Bréfritari: Benedikt Hálfdanarson
Dagsetning: A-1901-08-21
Skrifað á: Vesturheimi

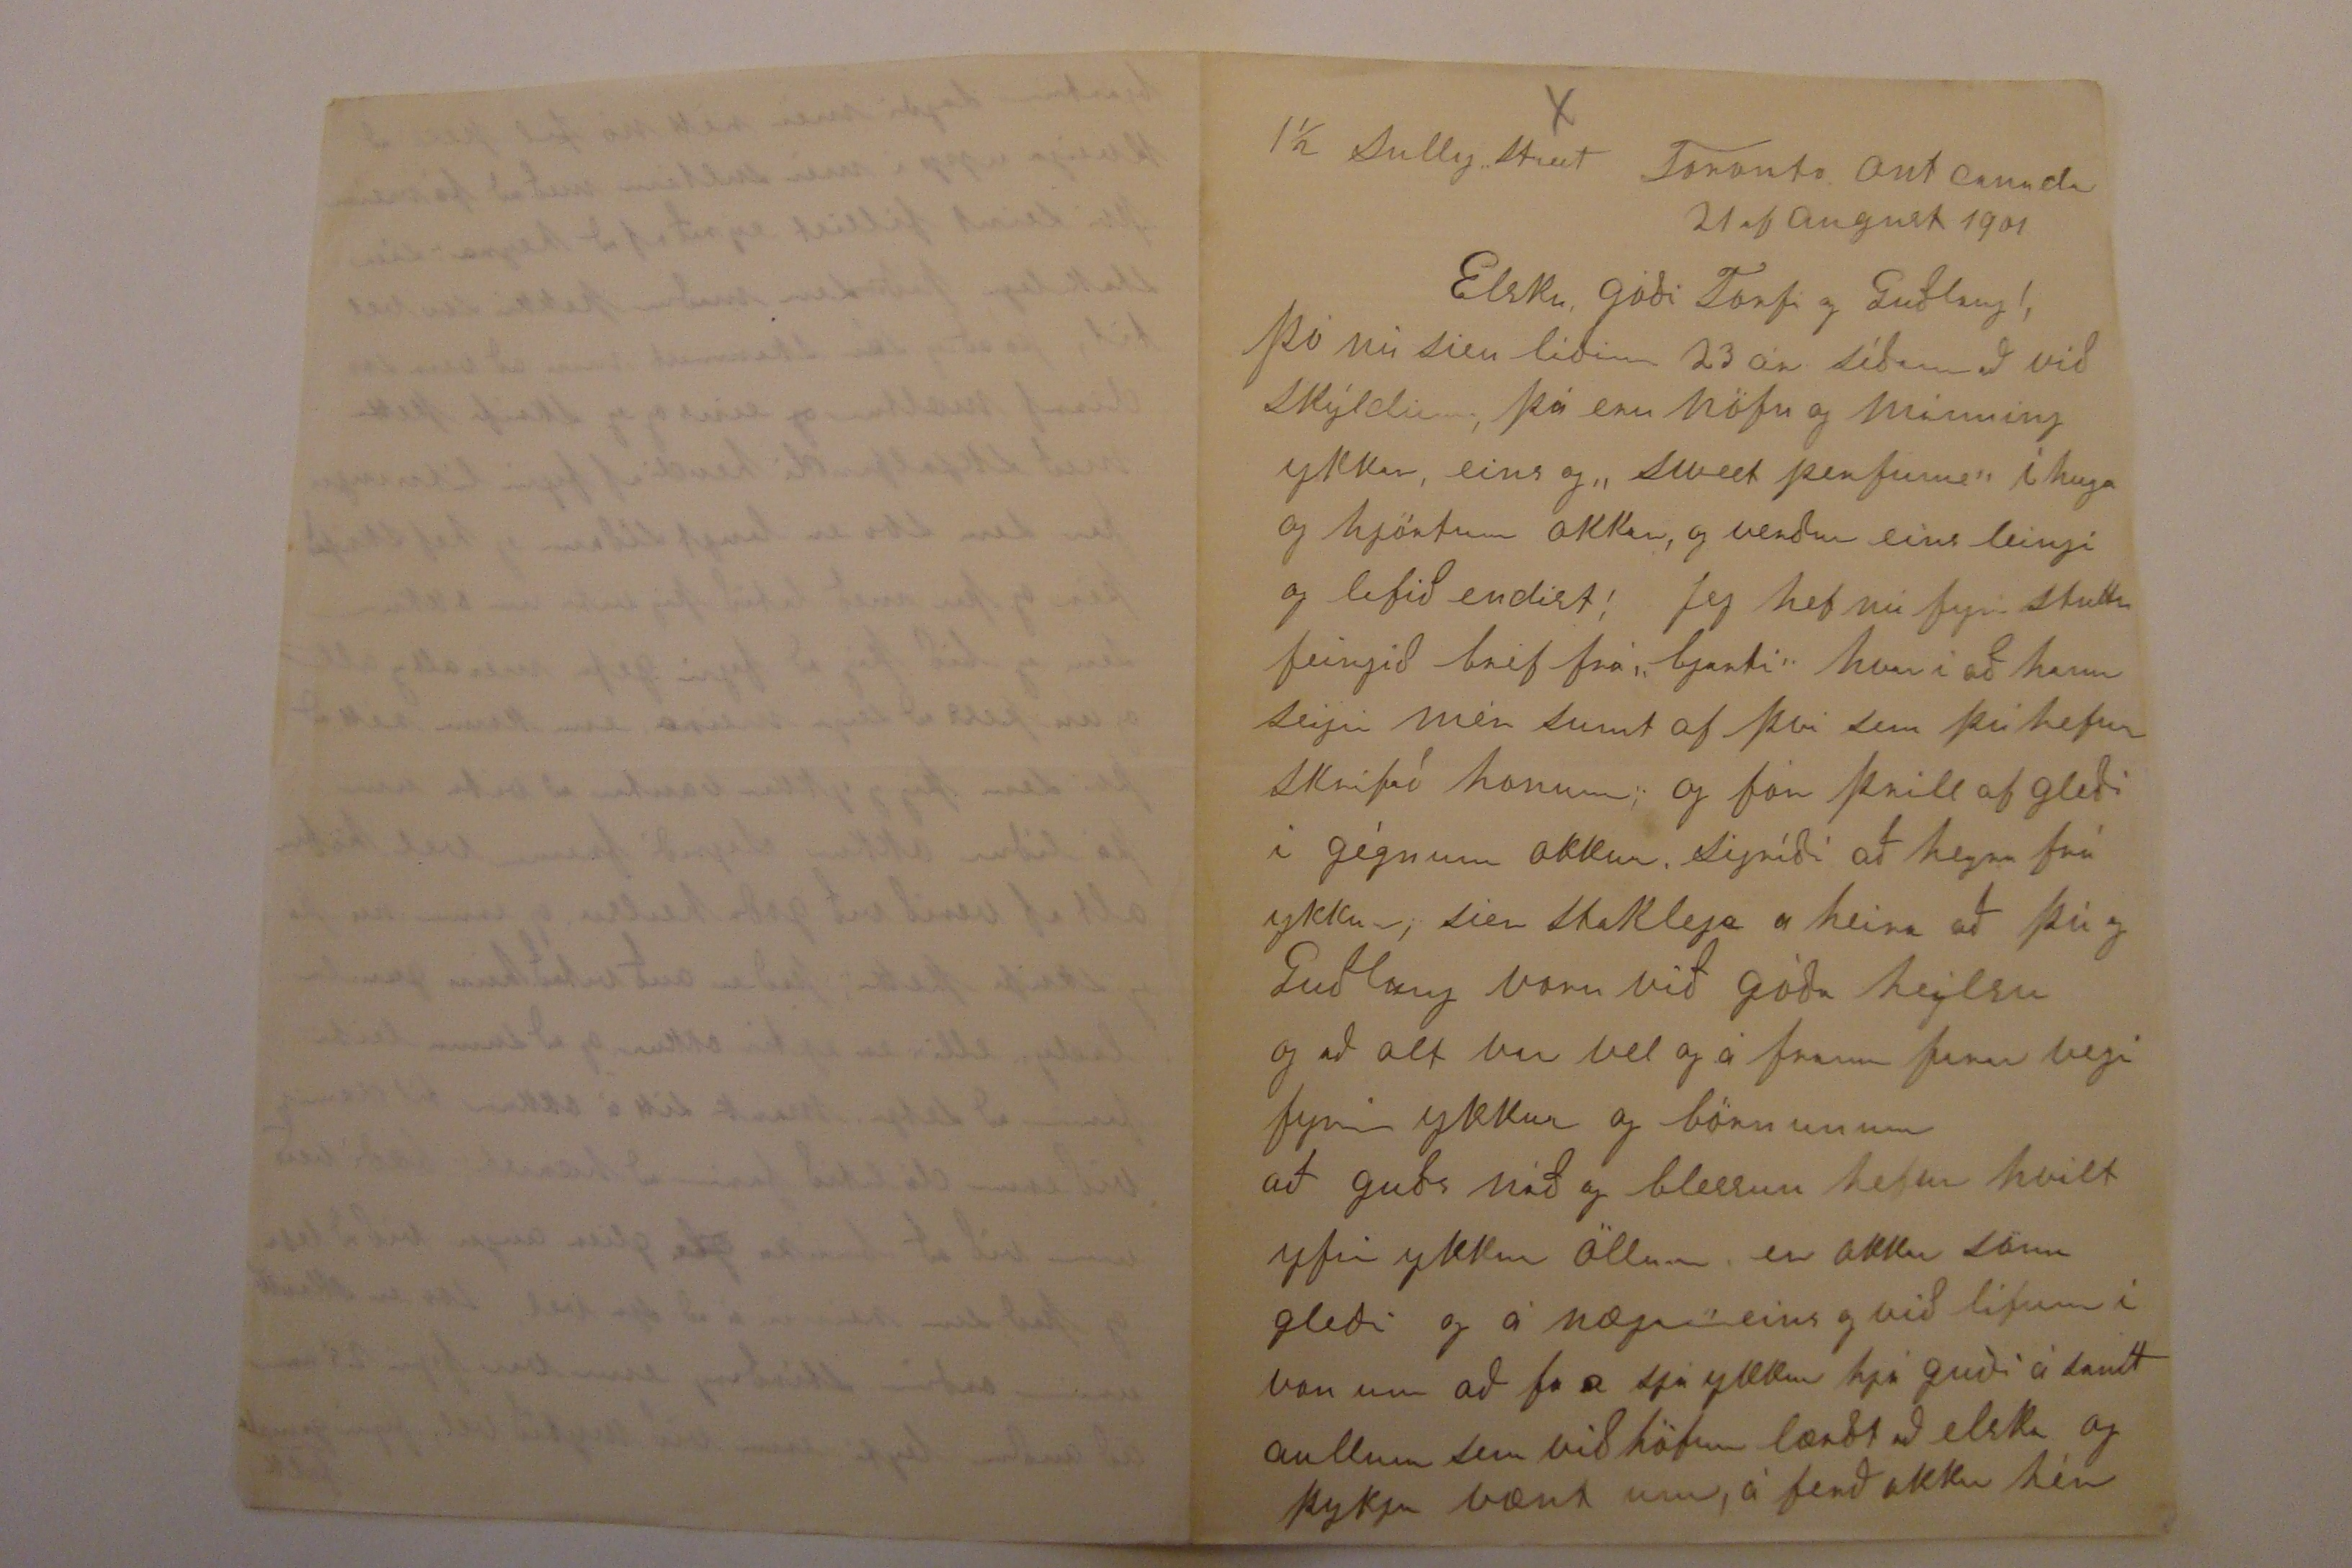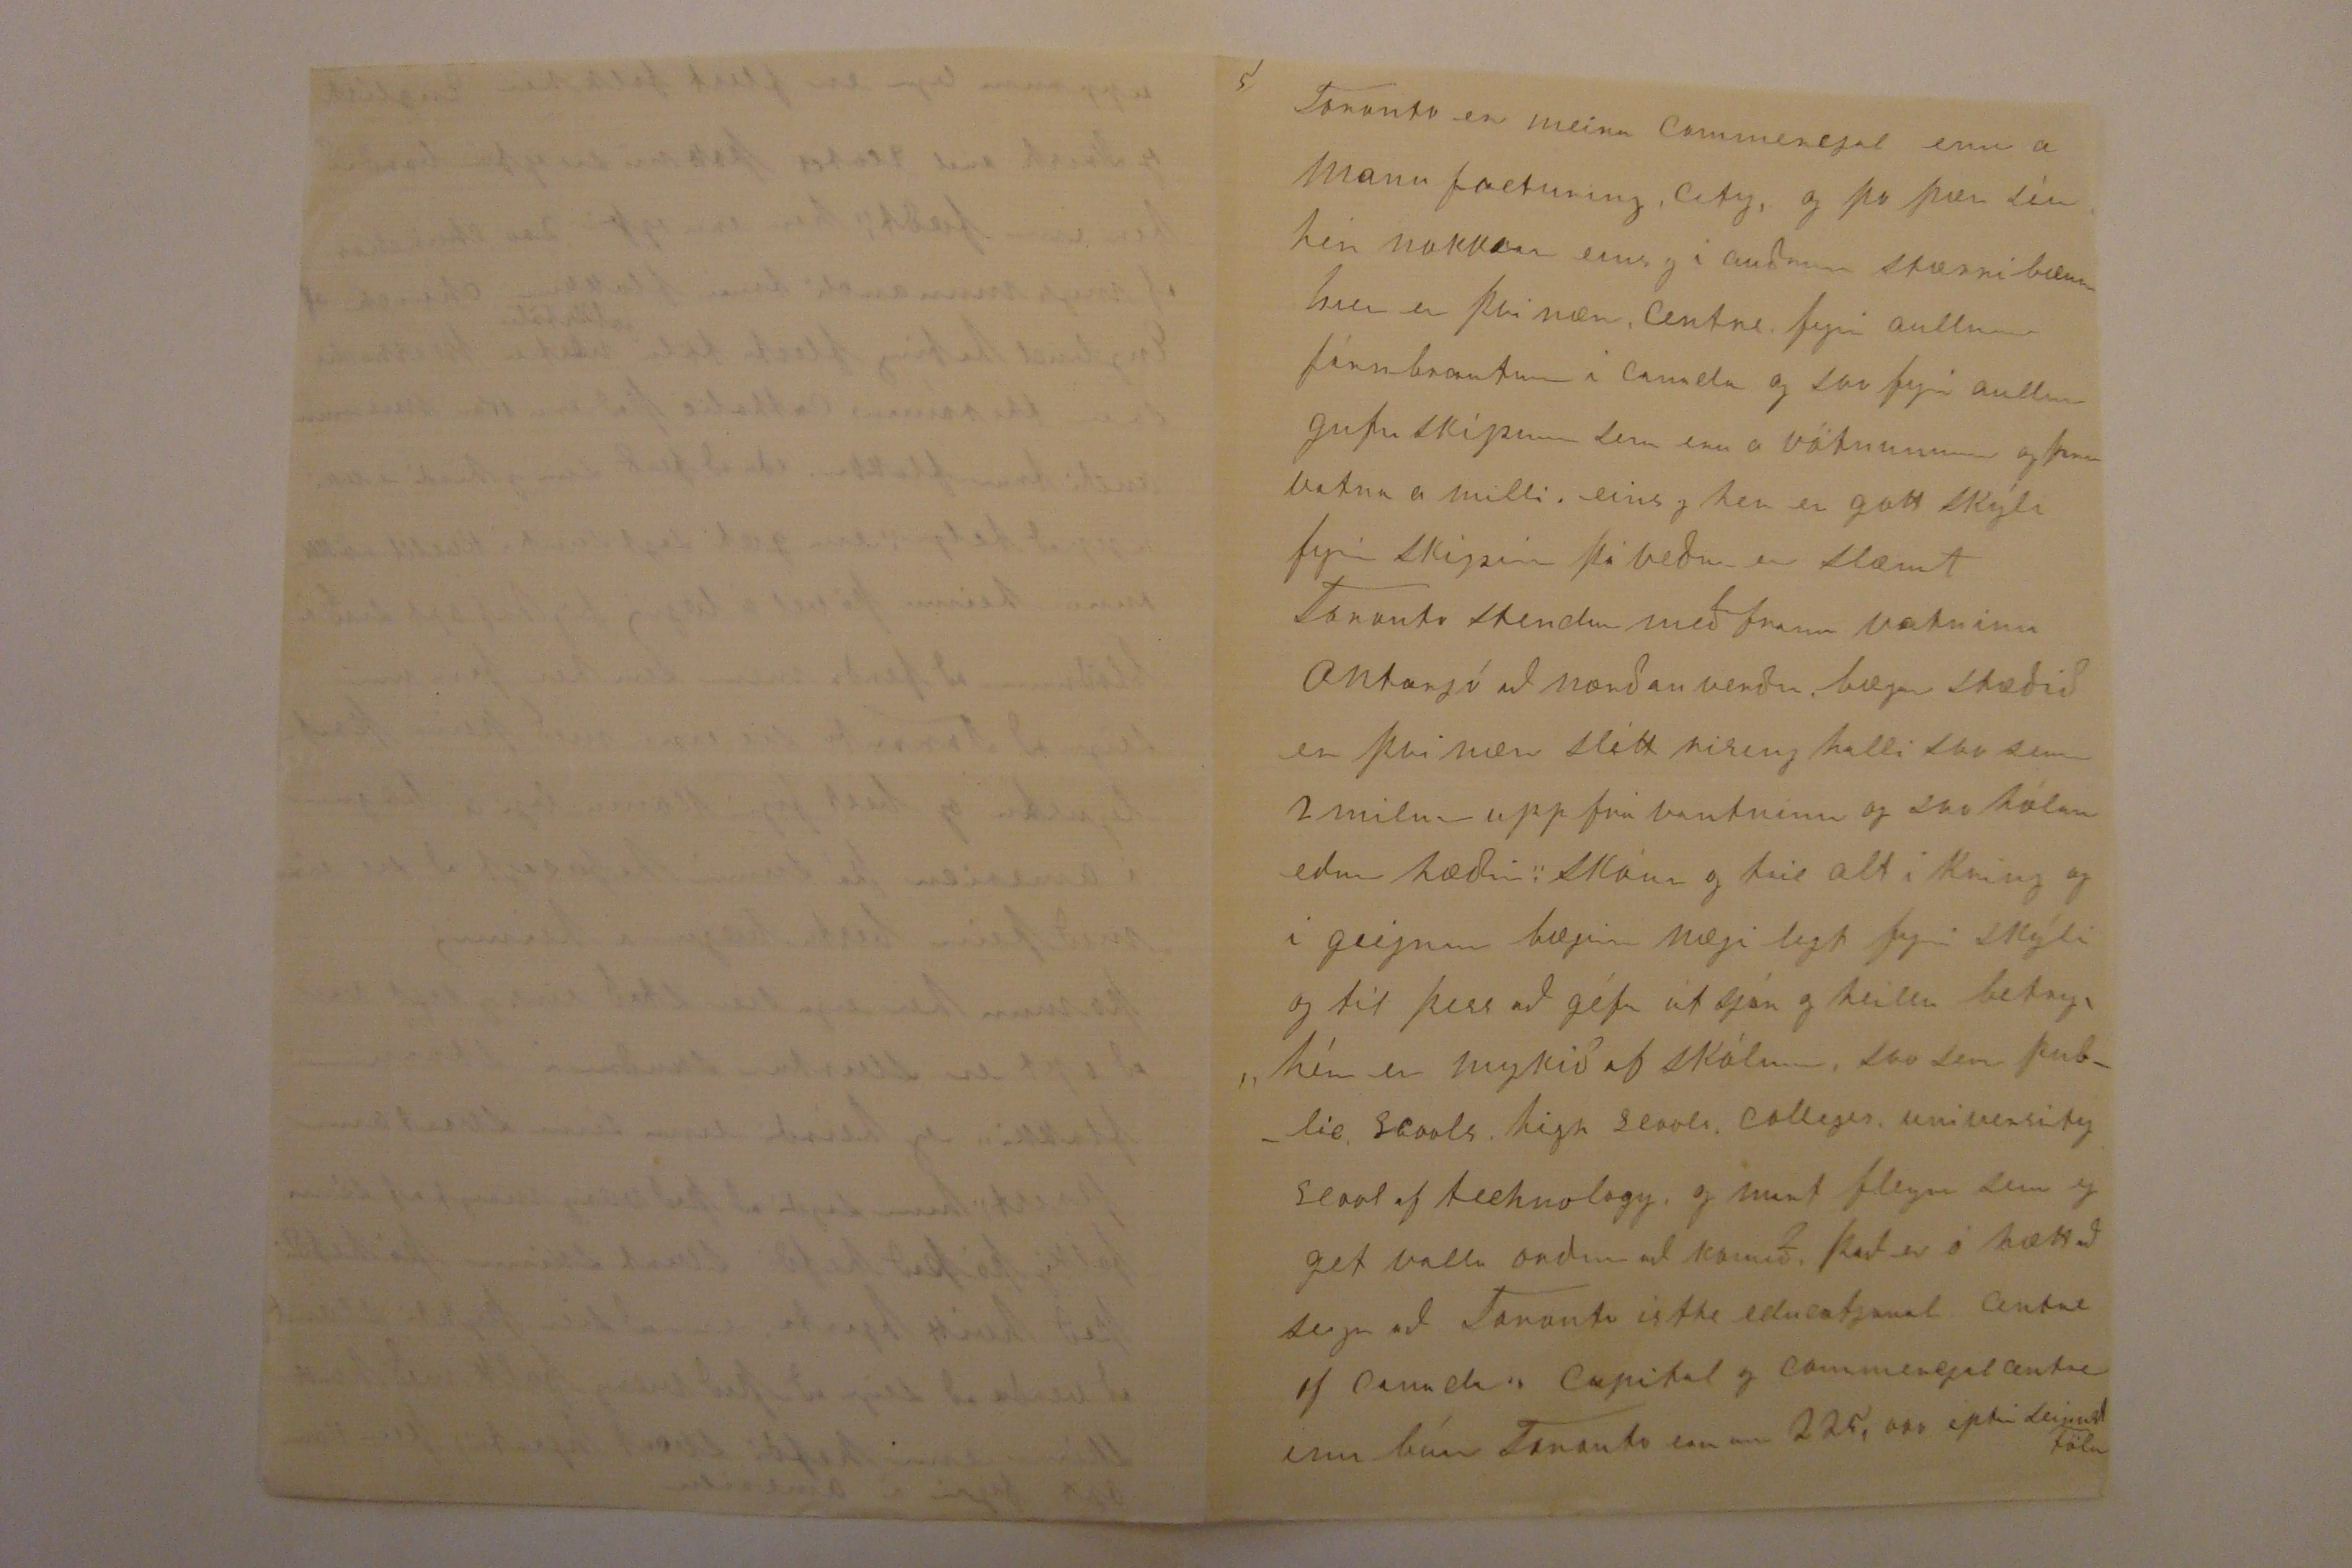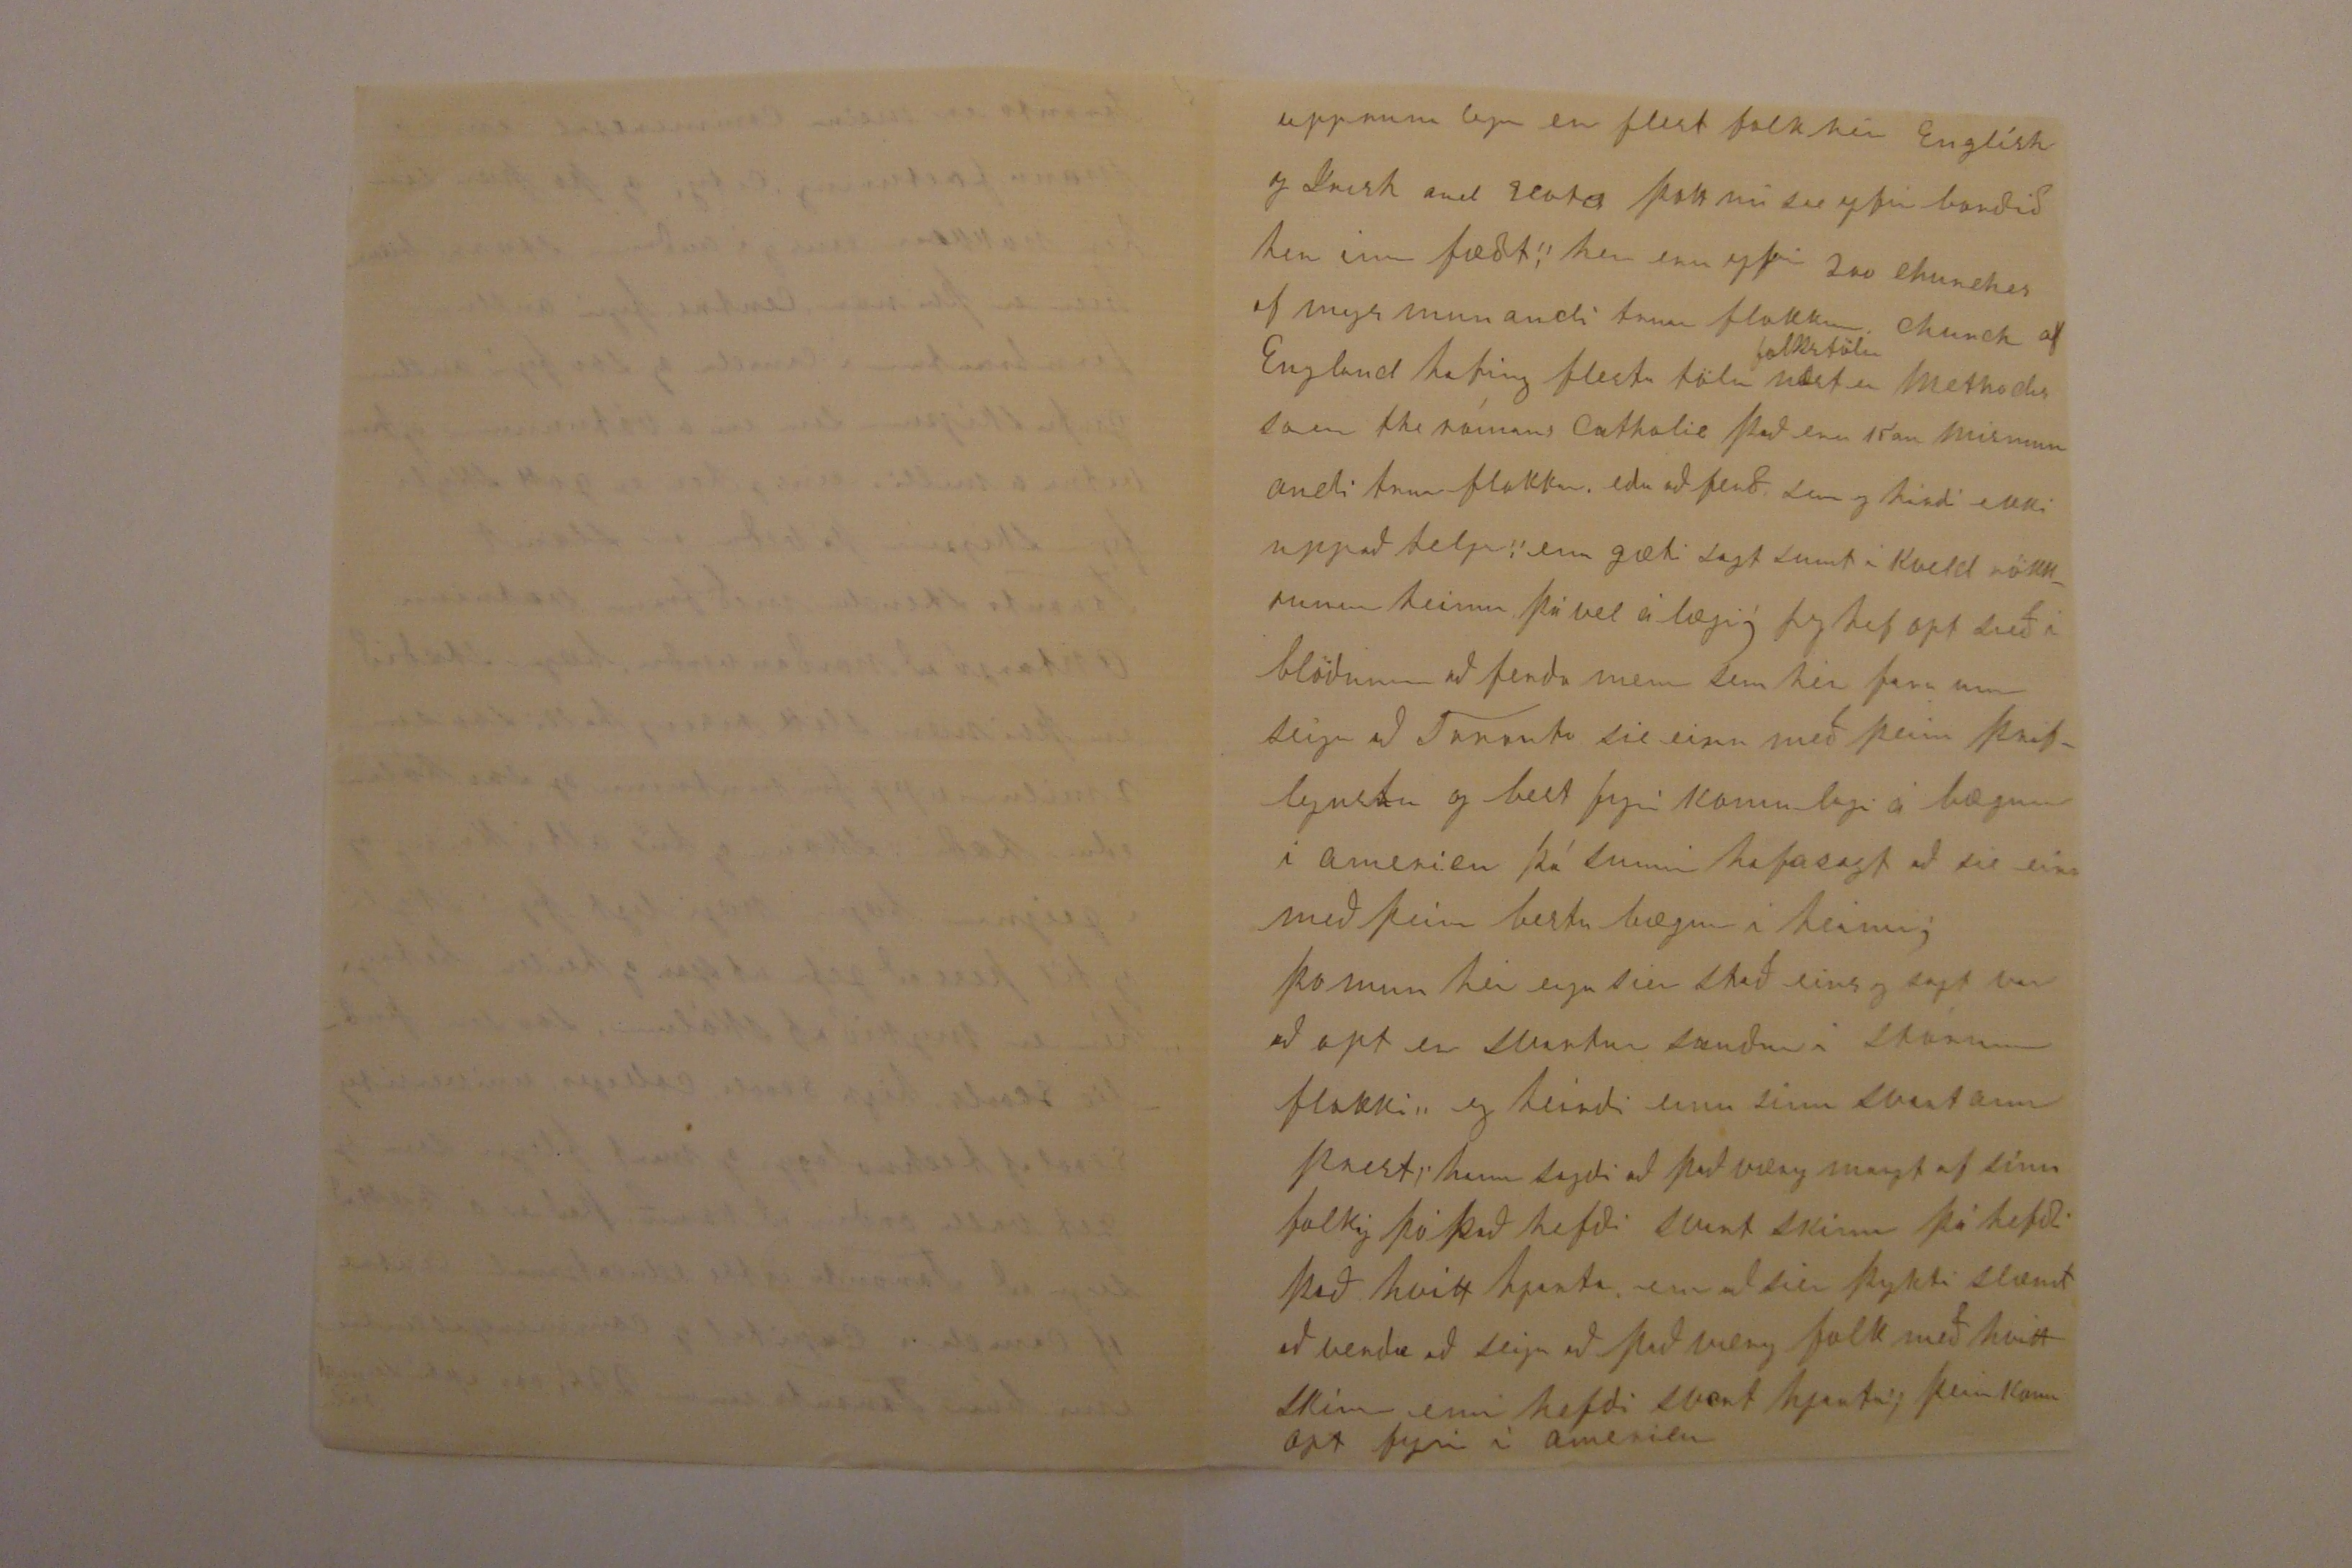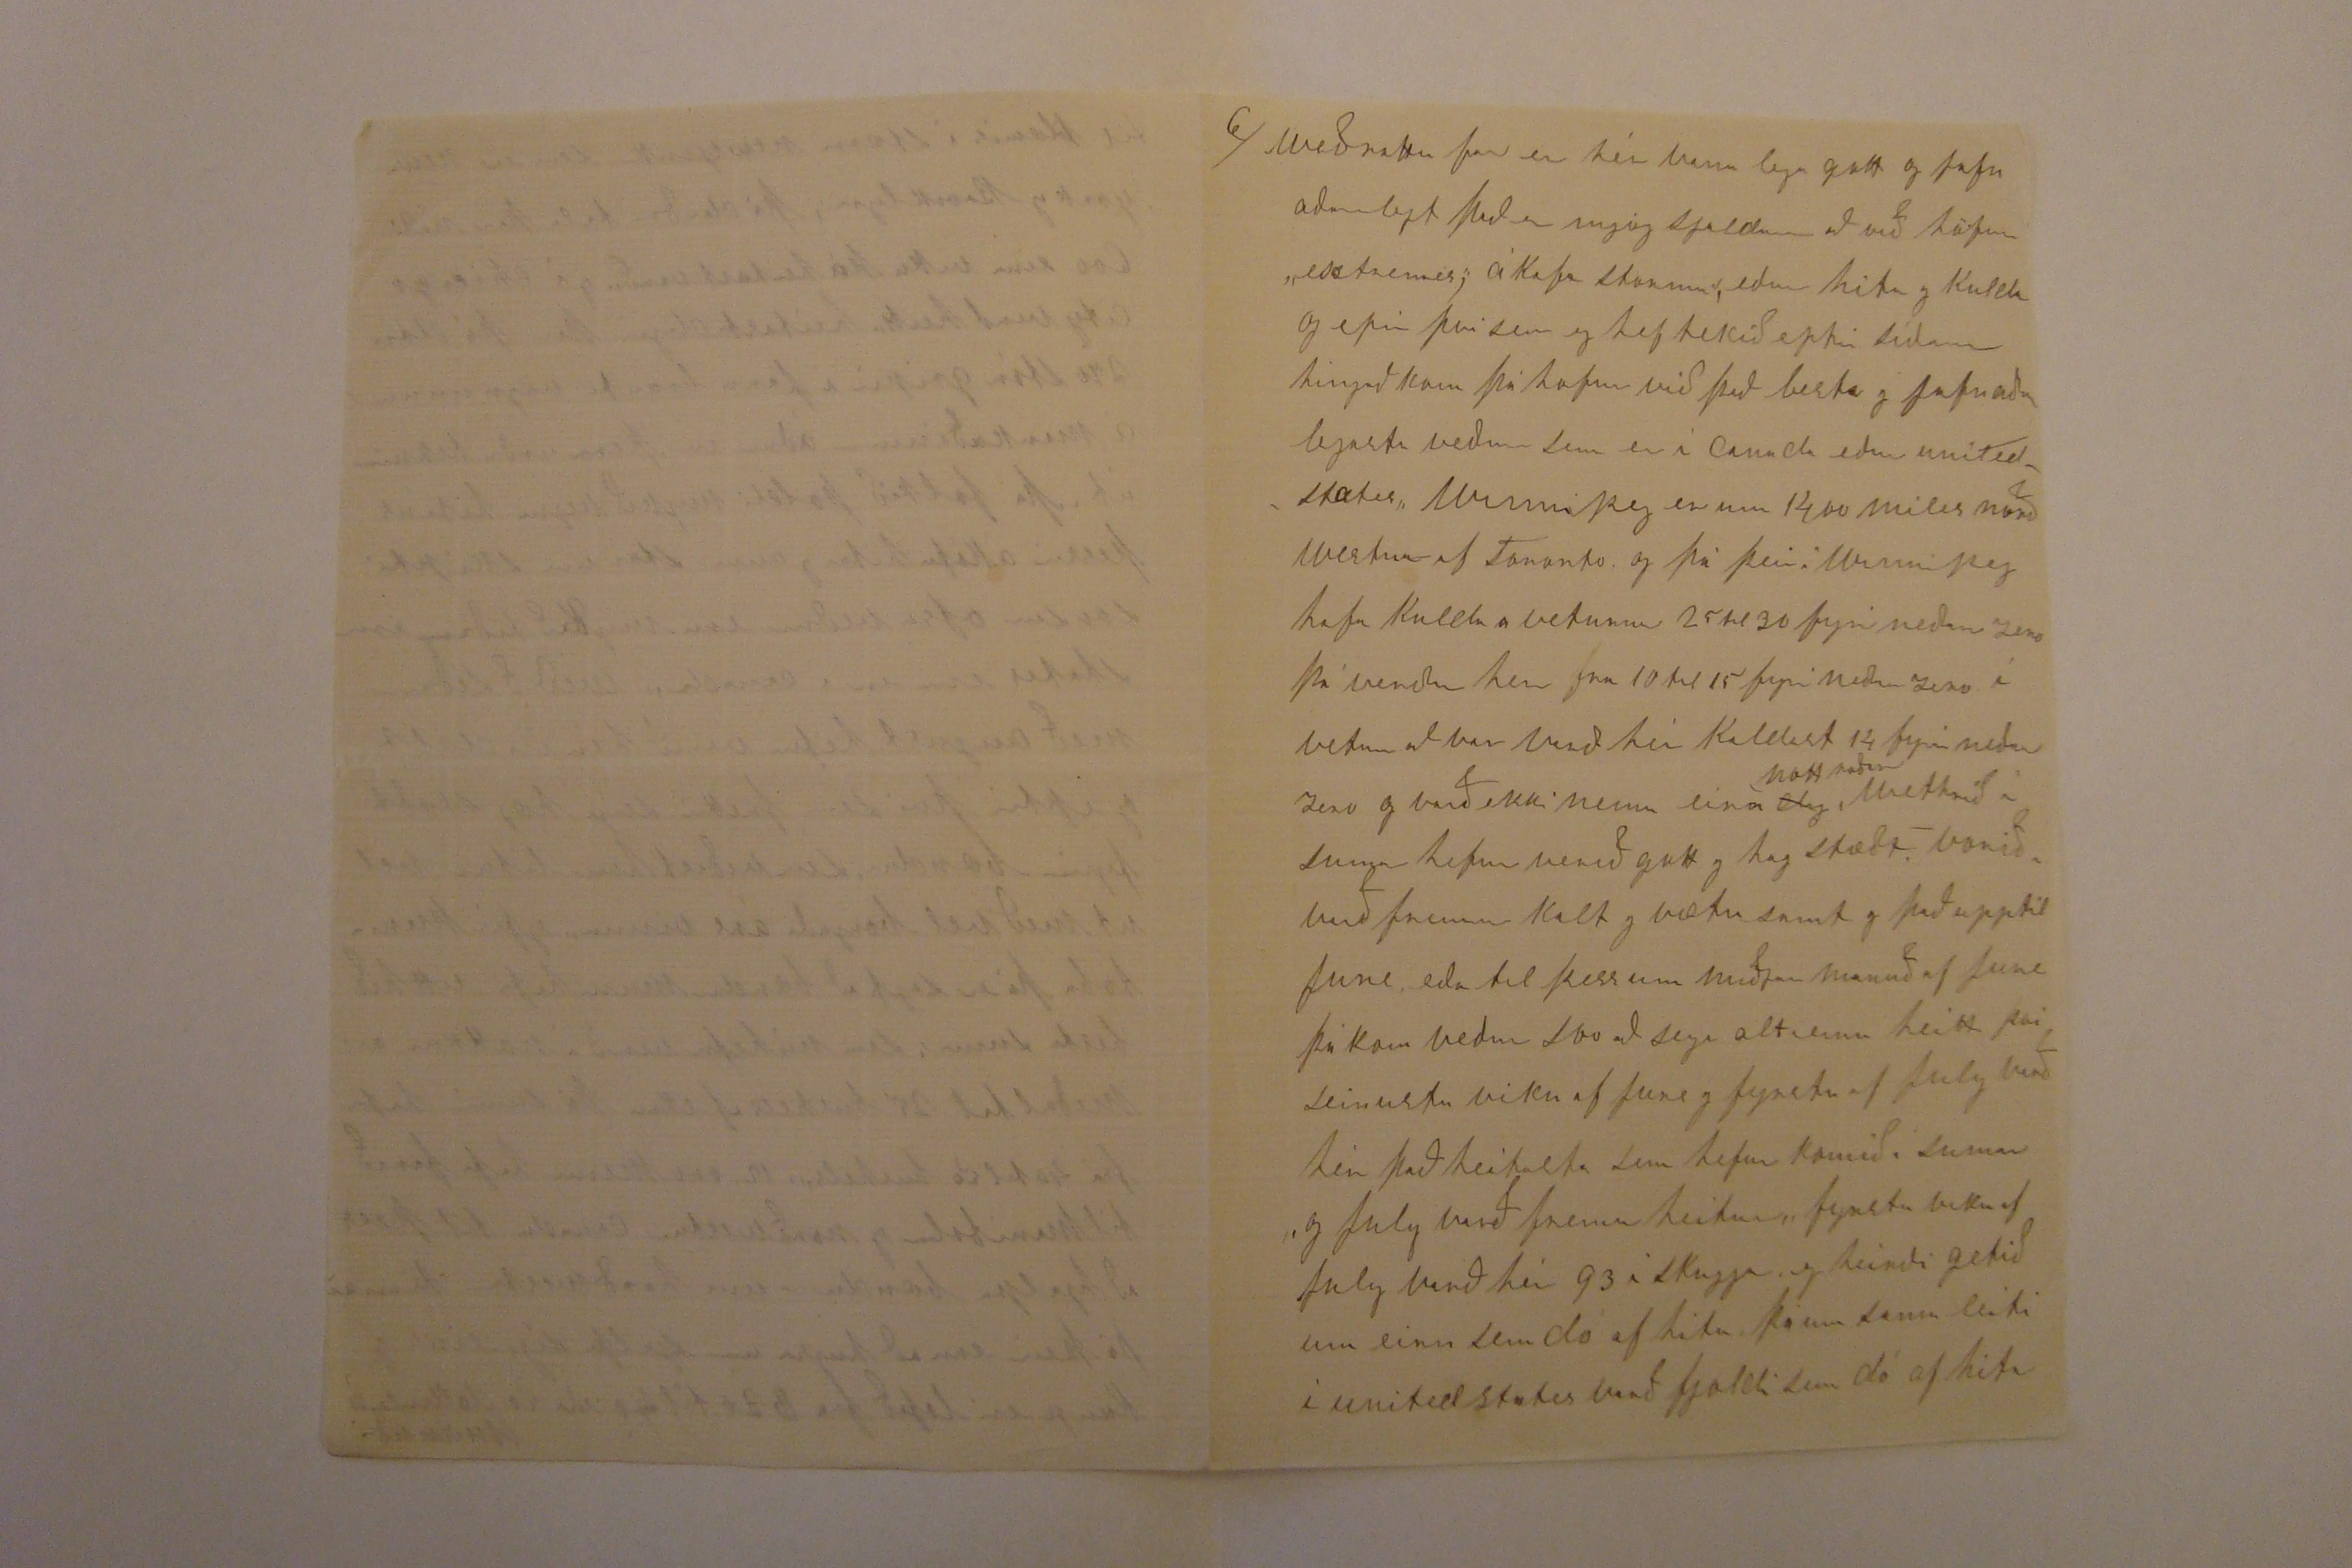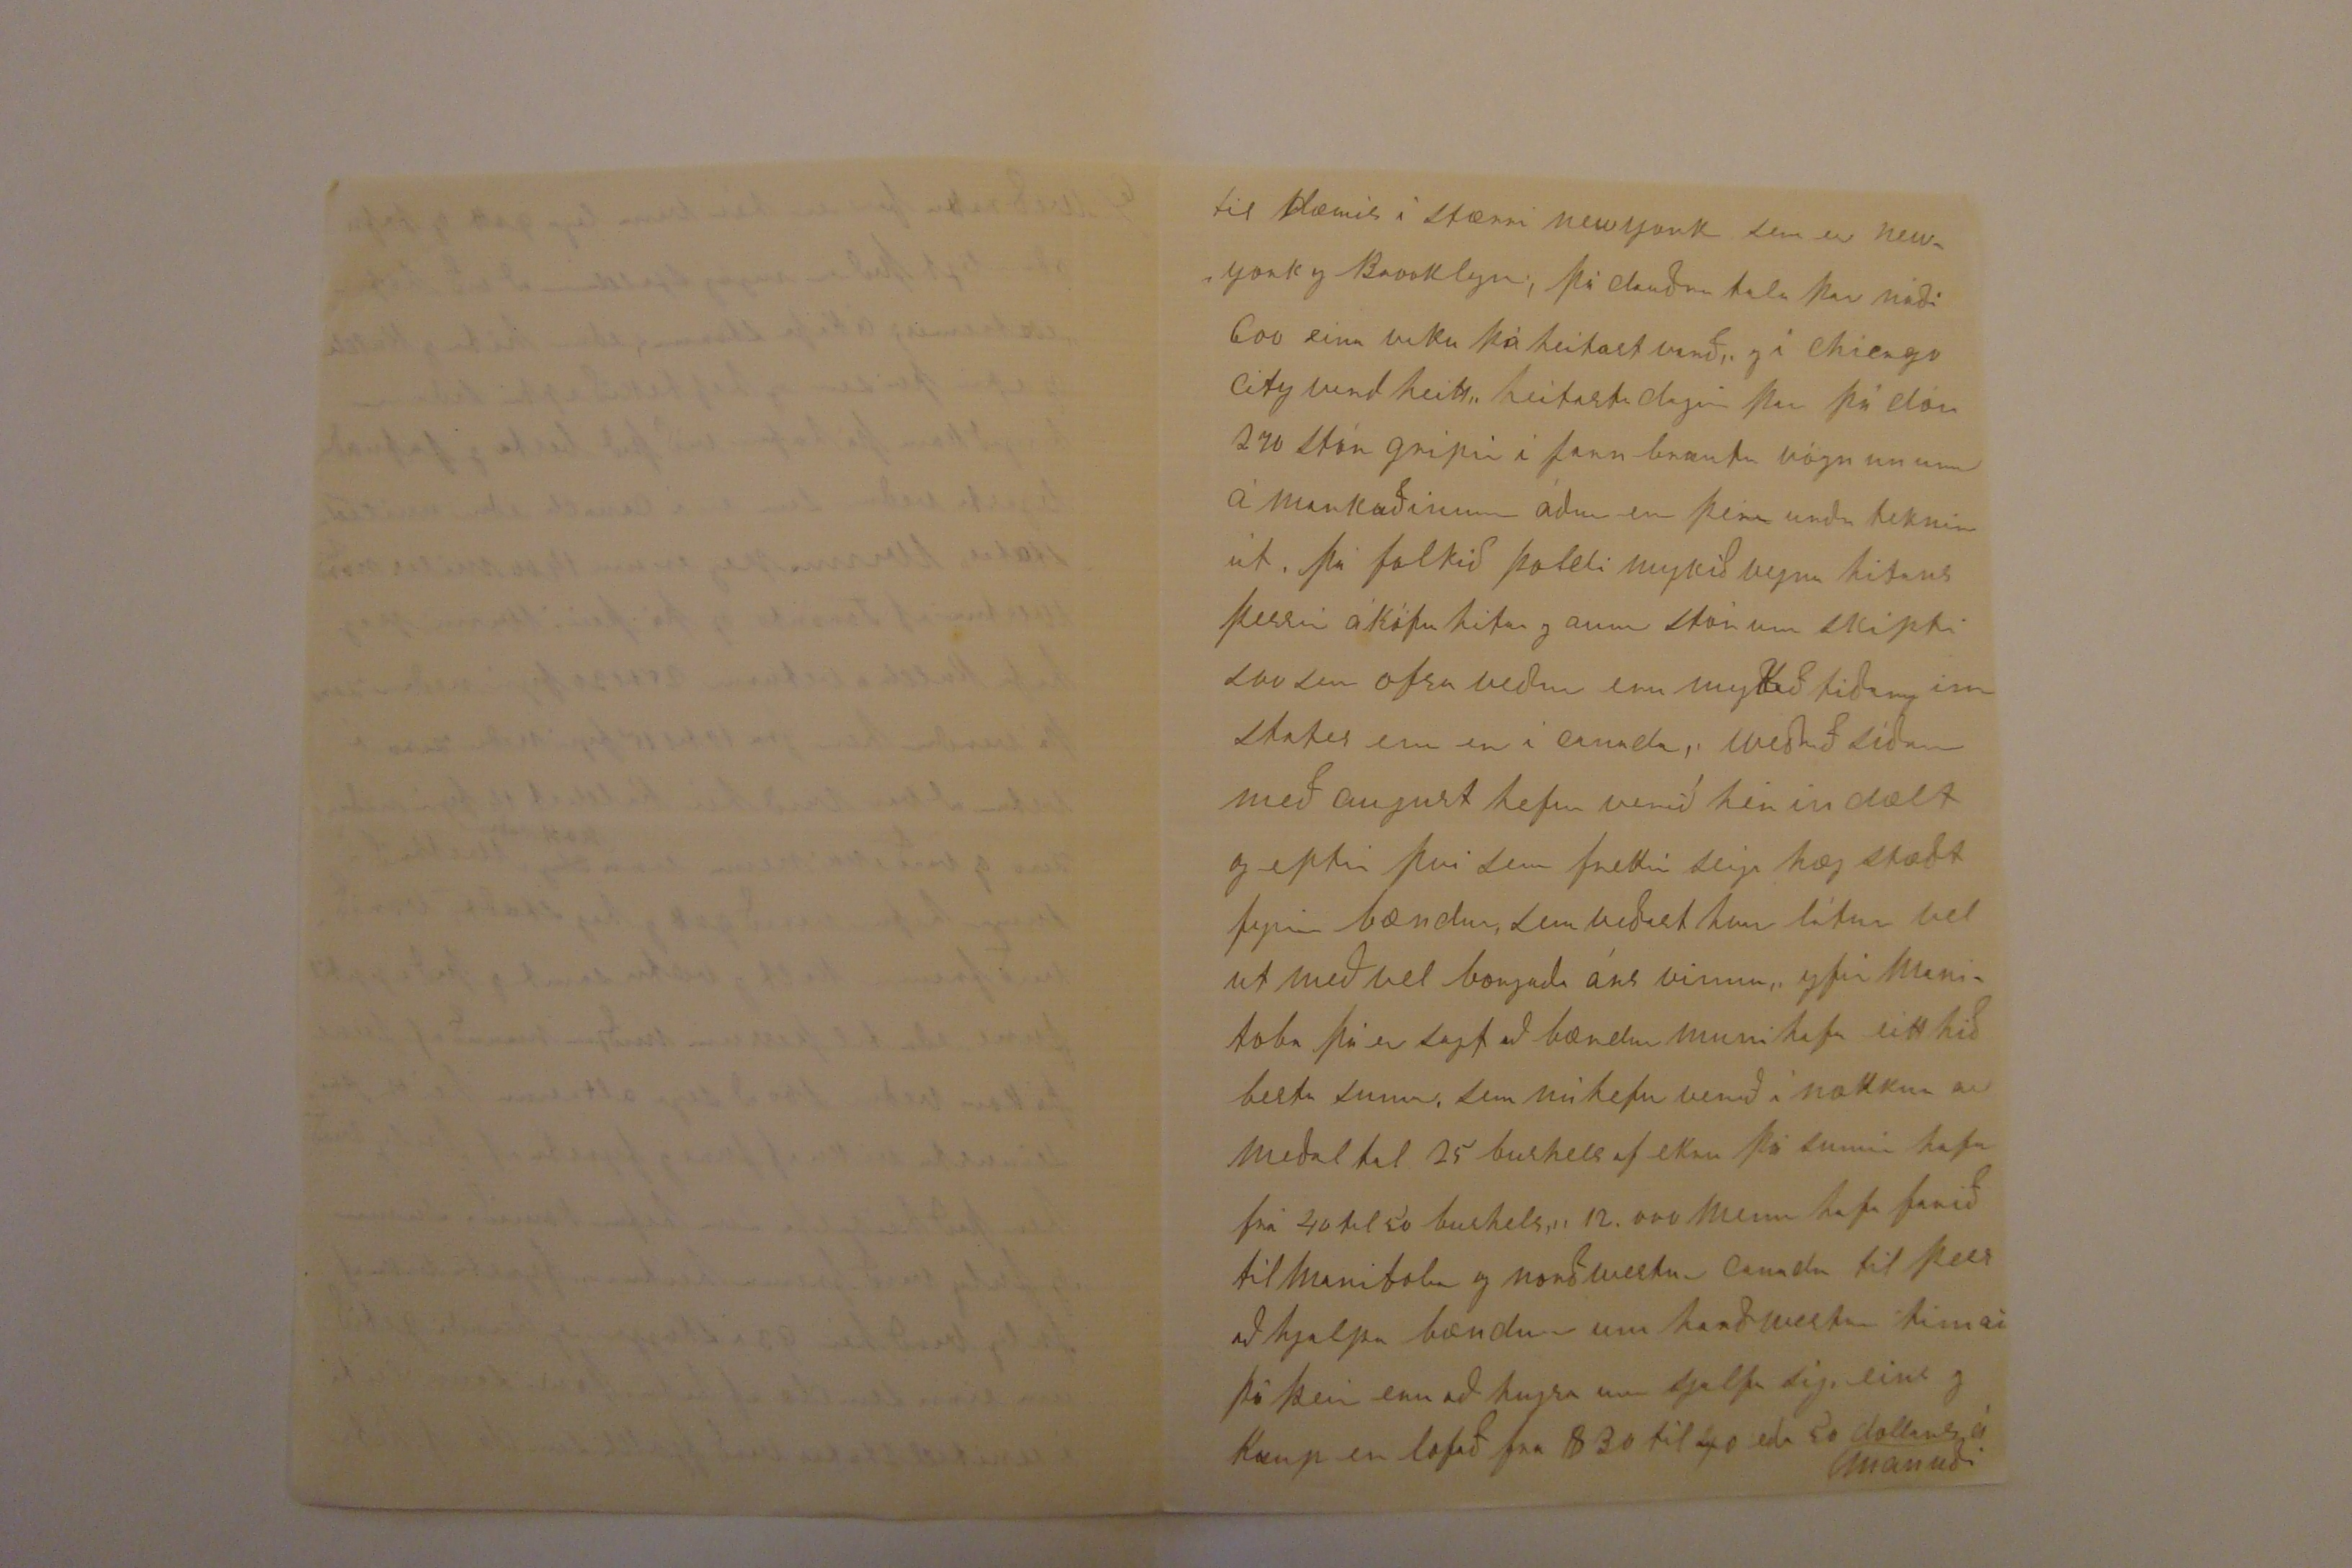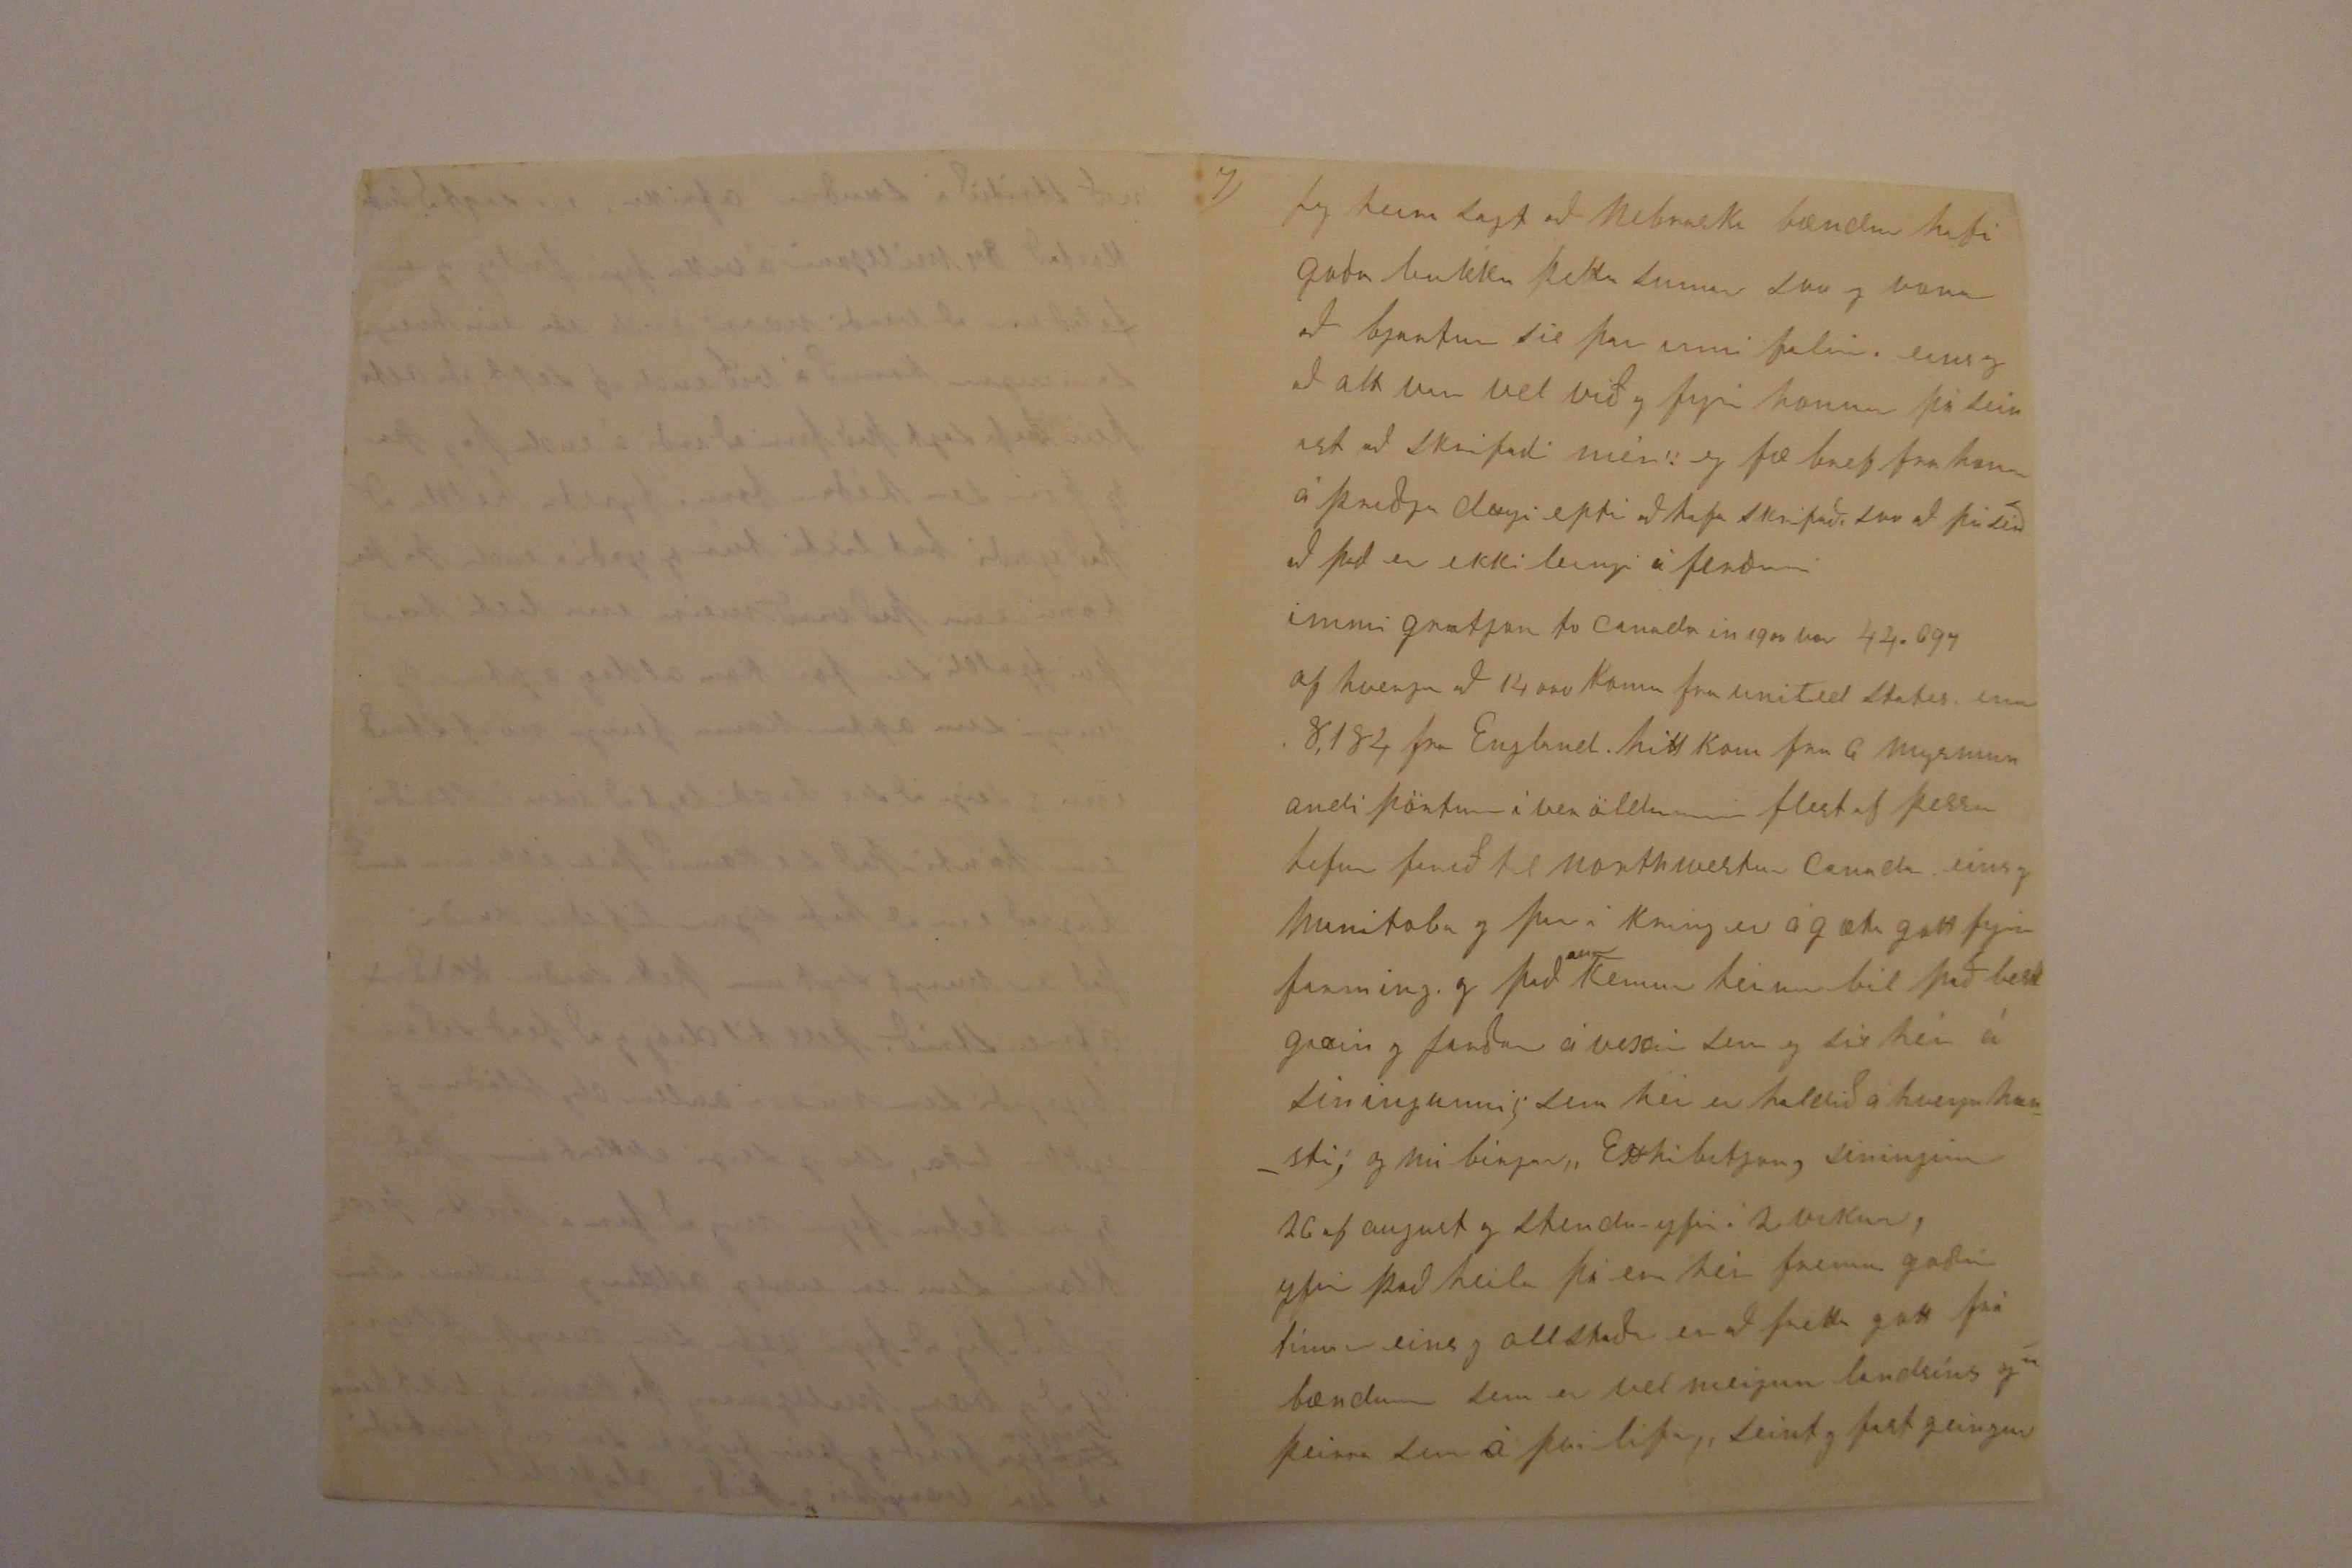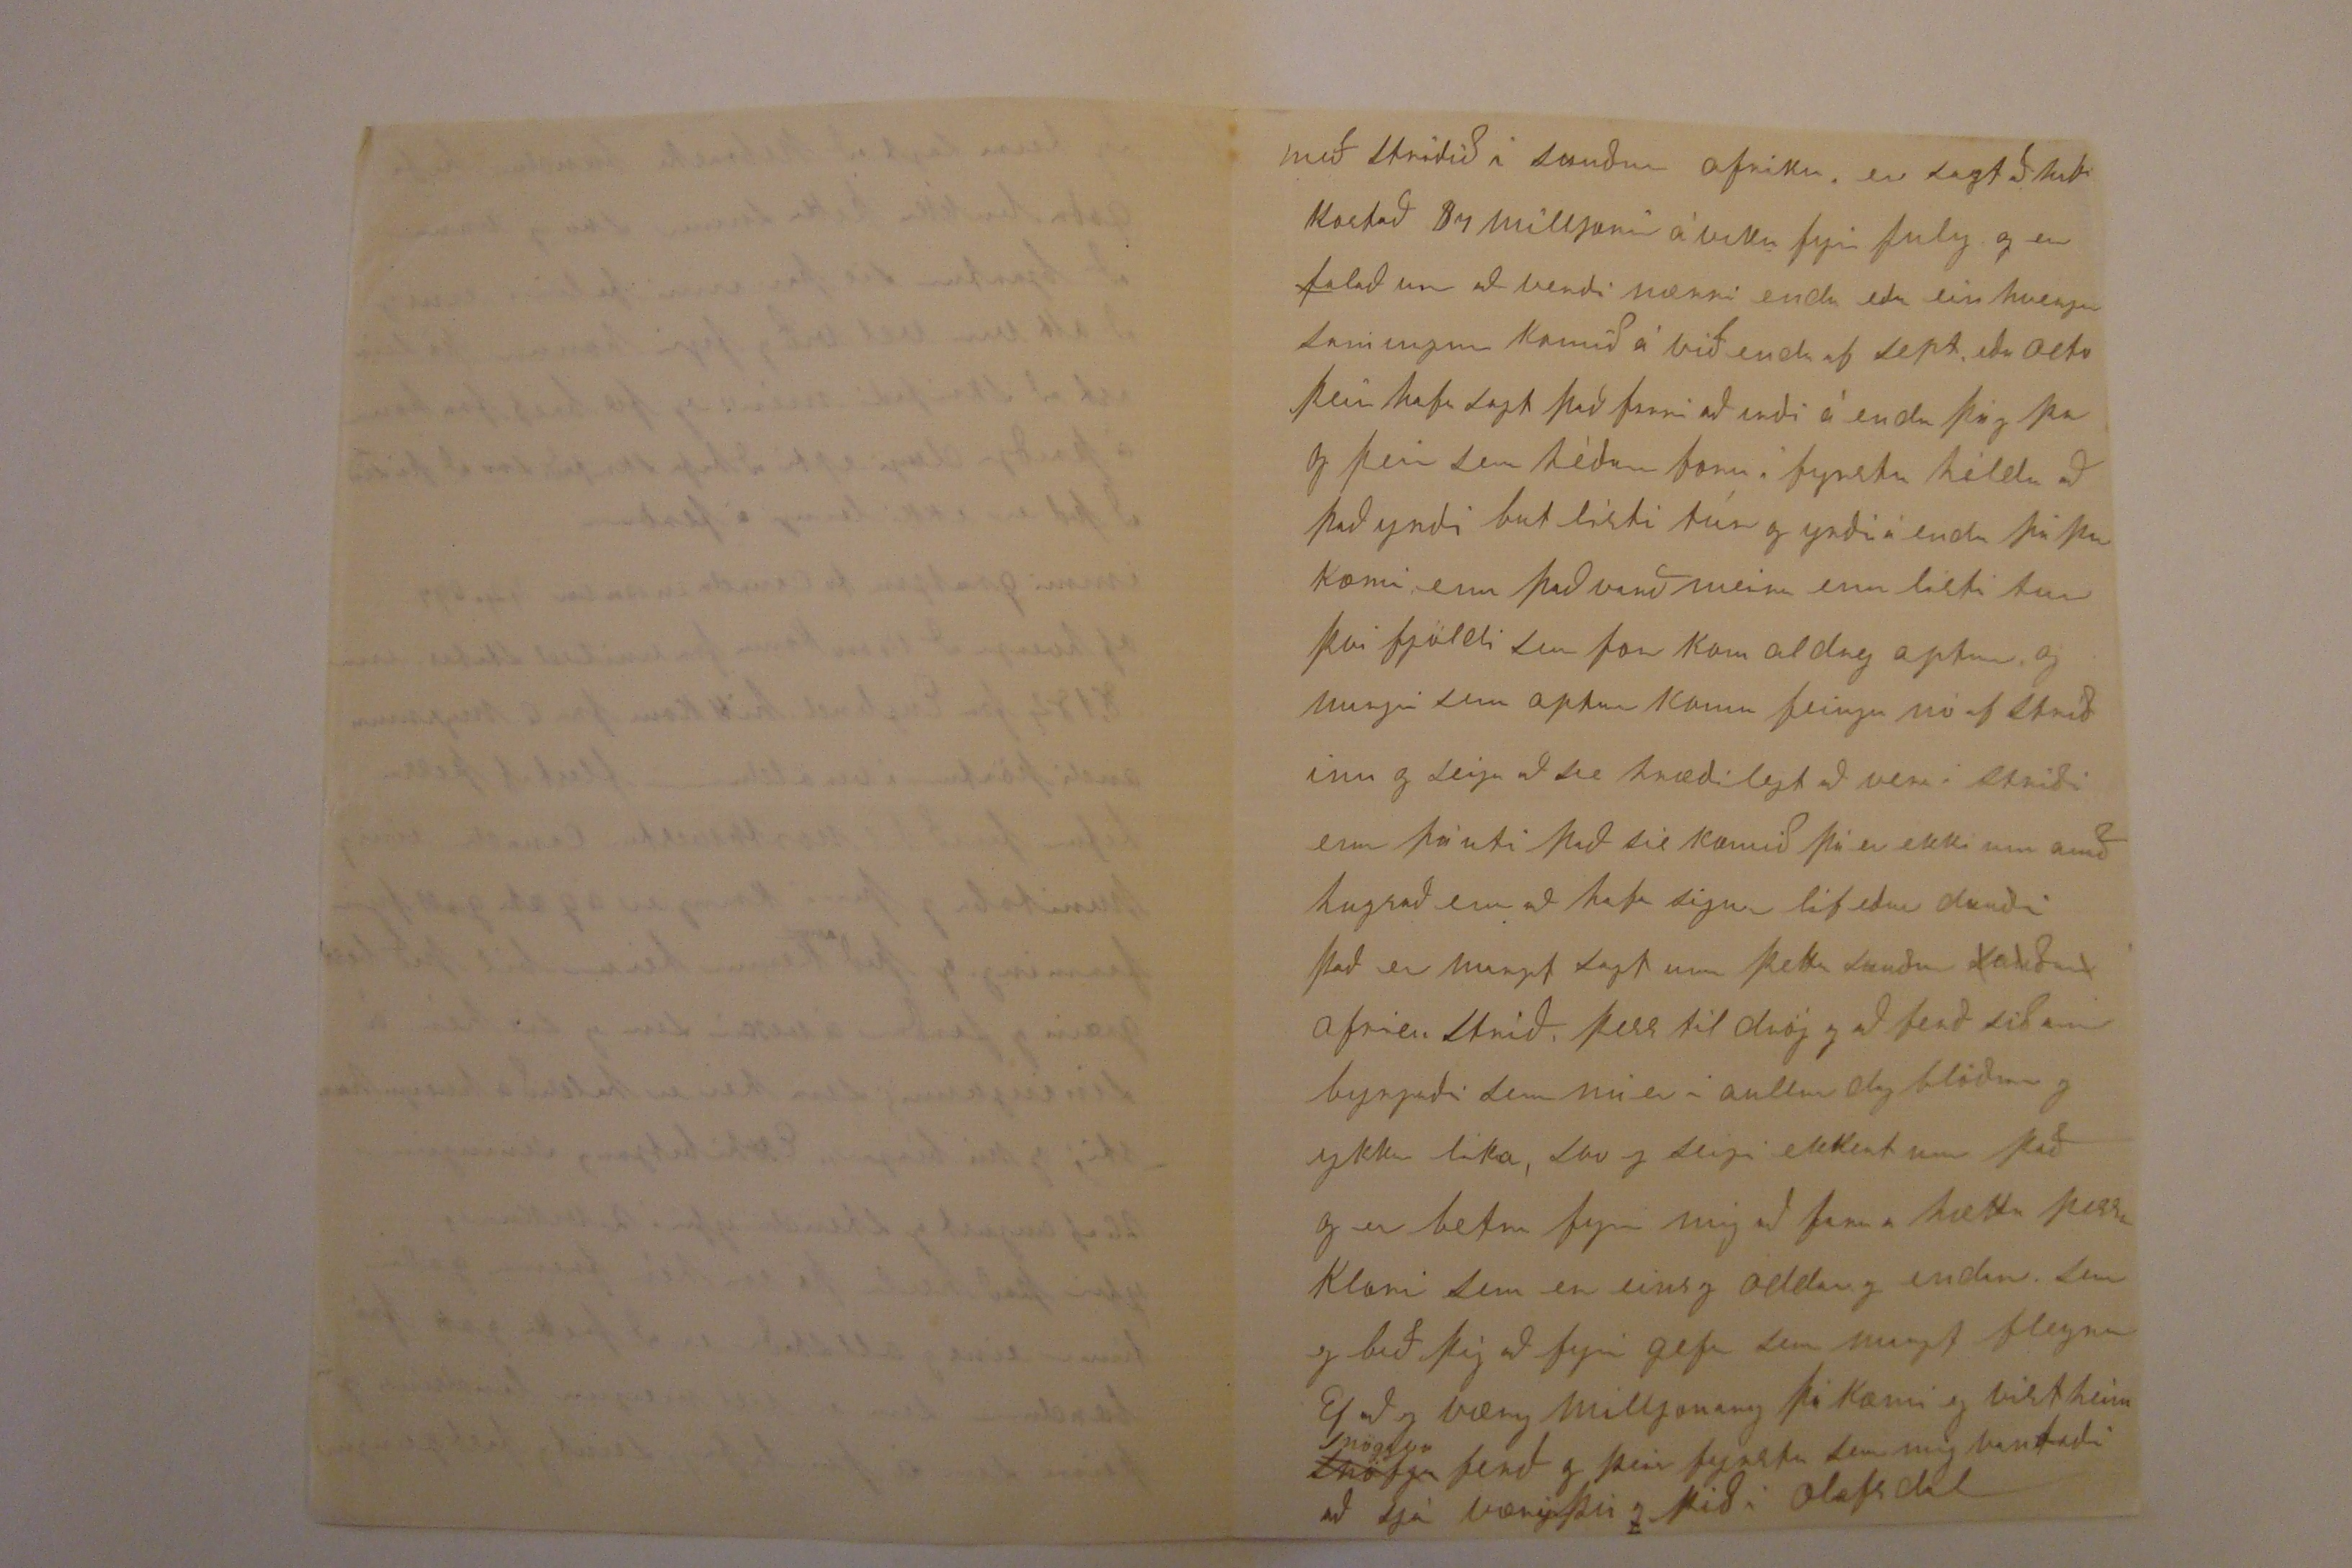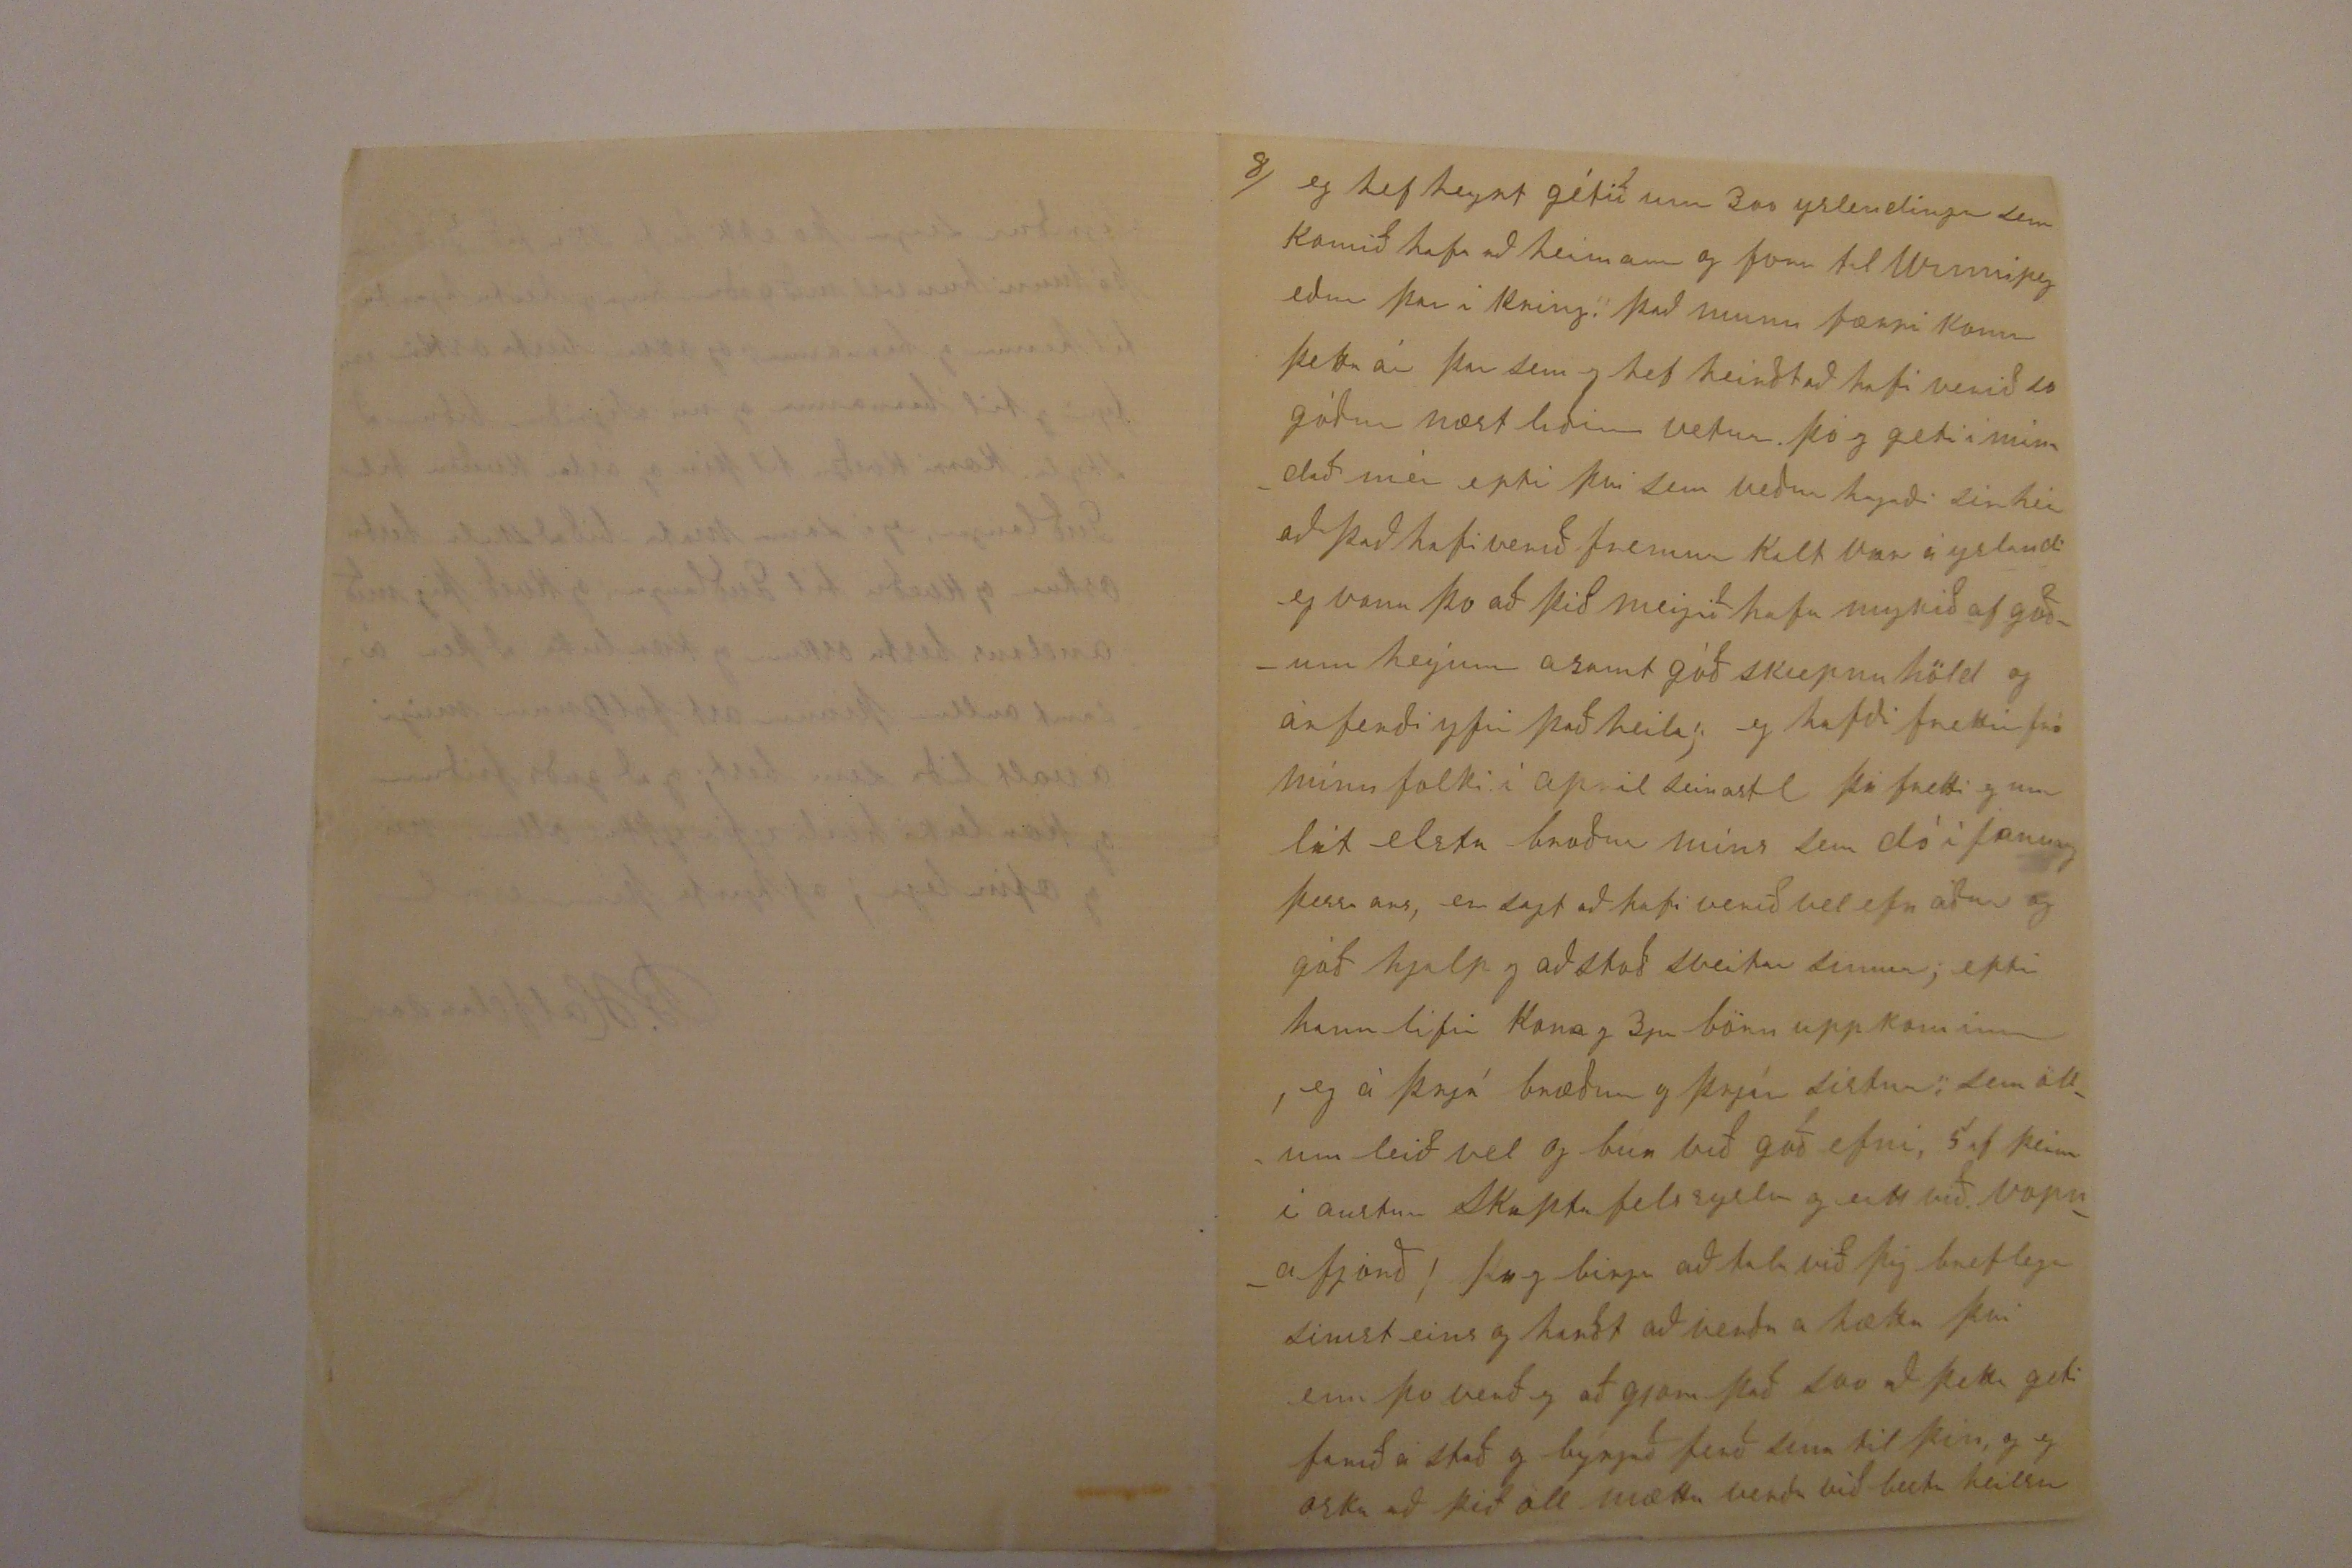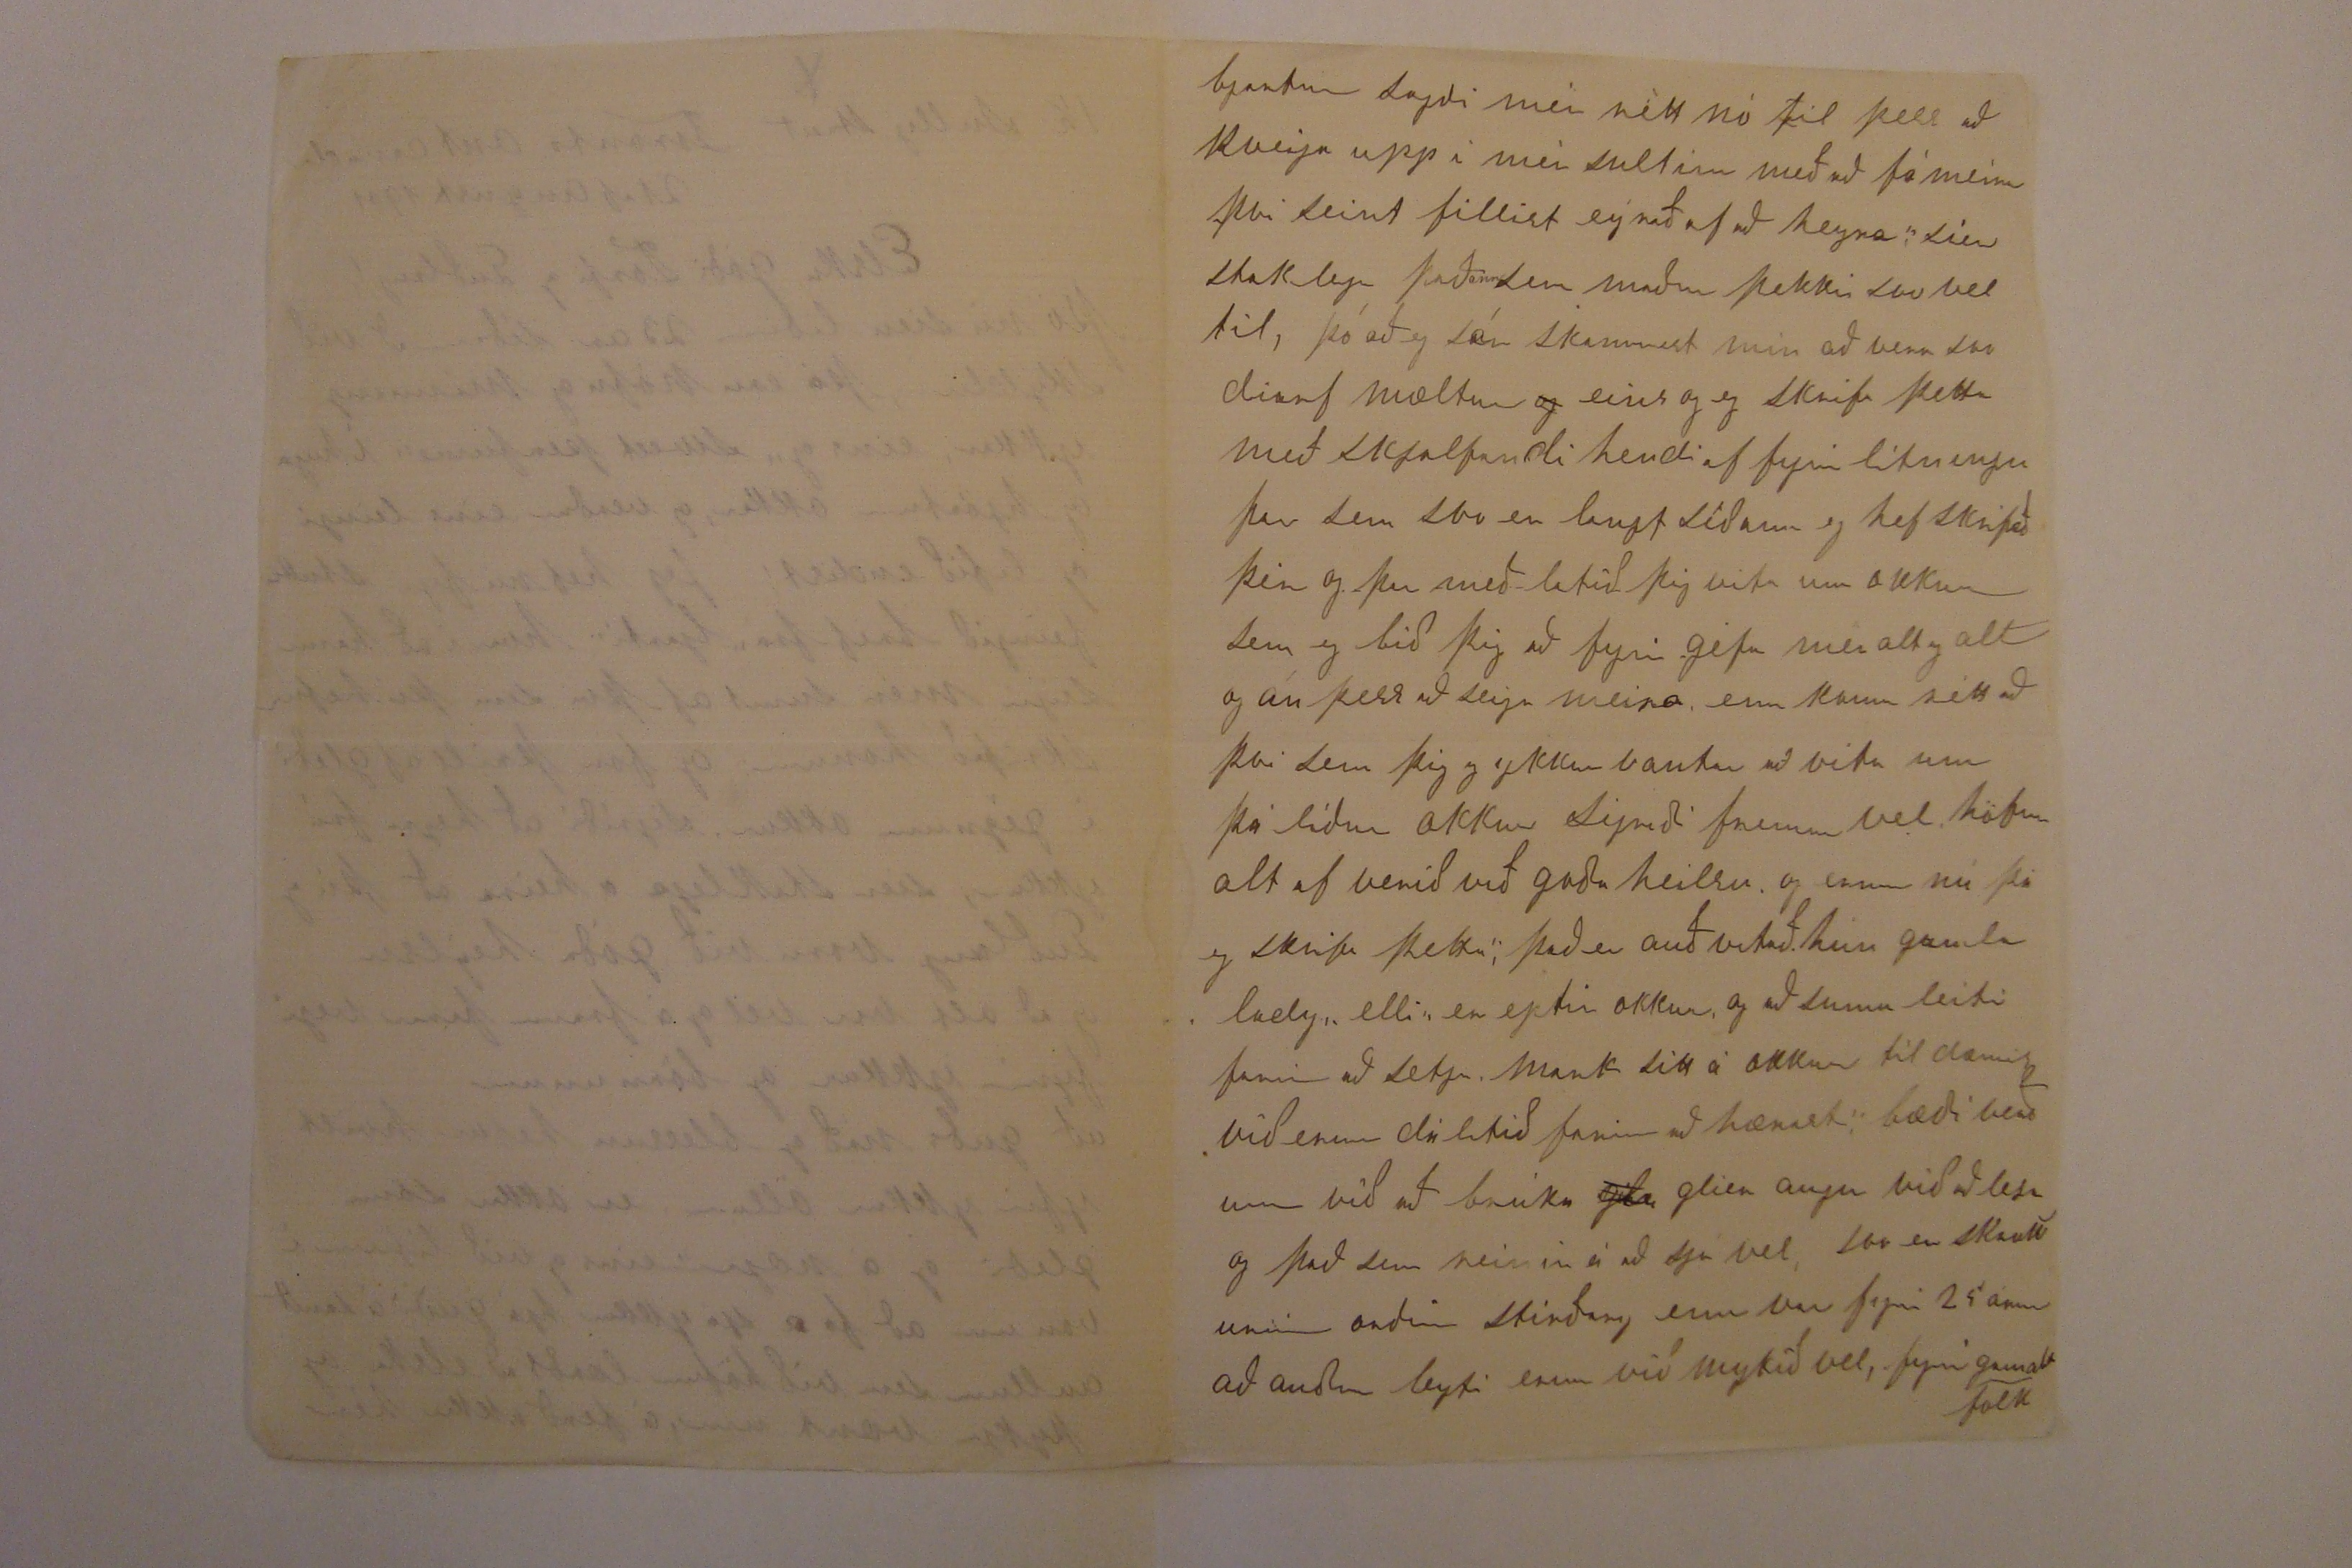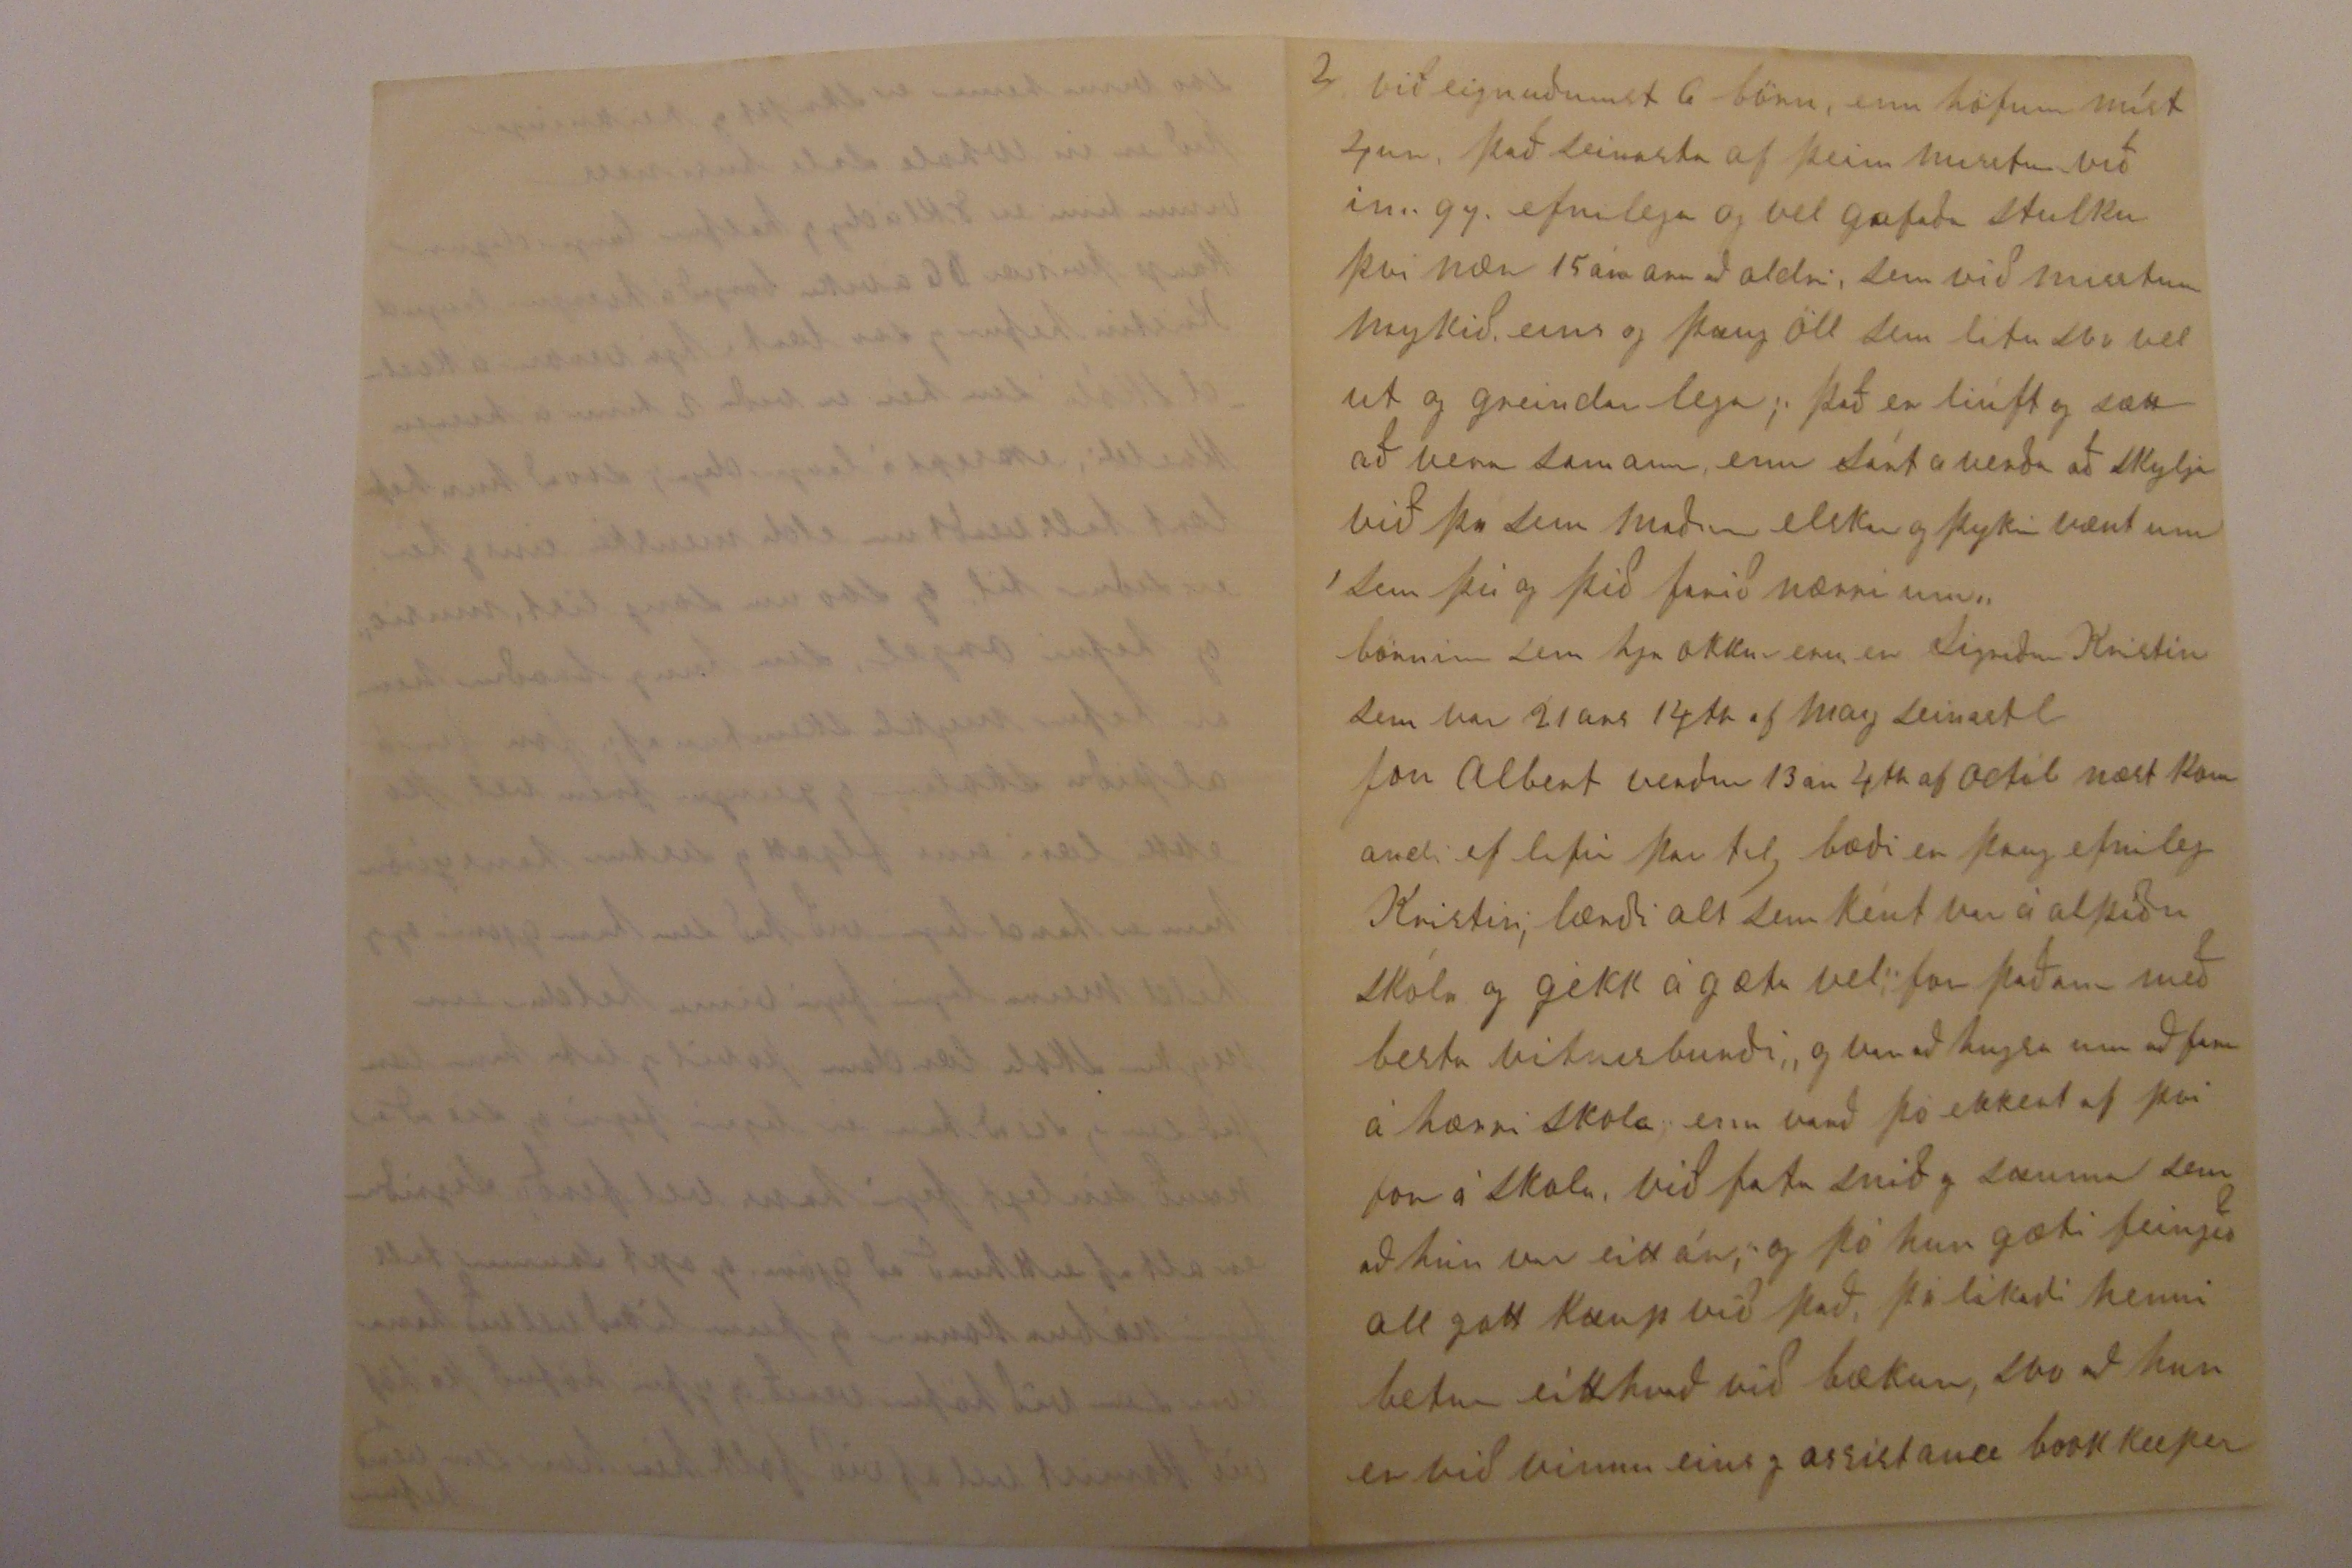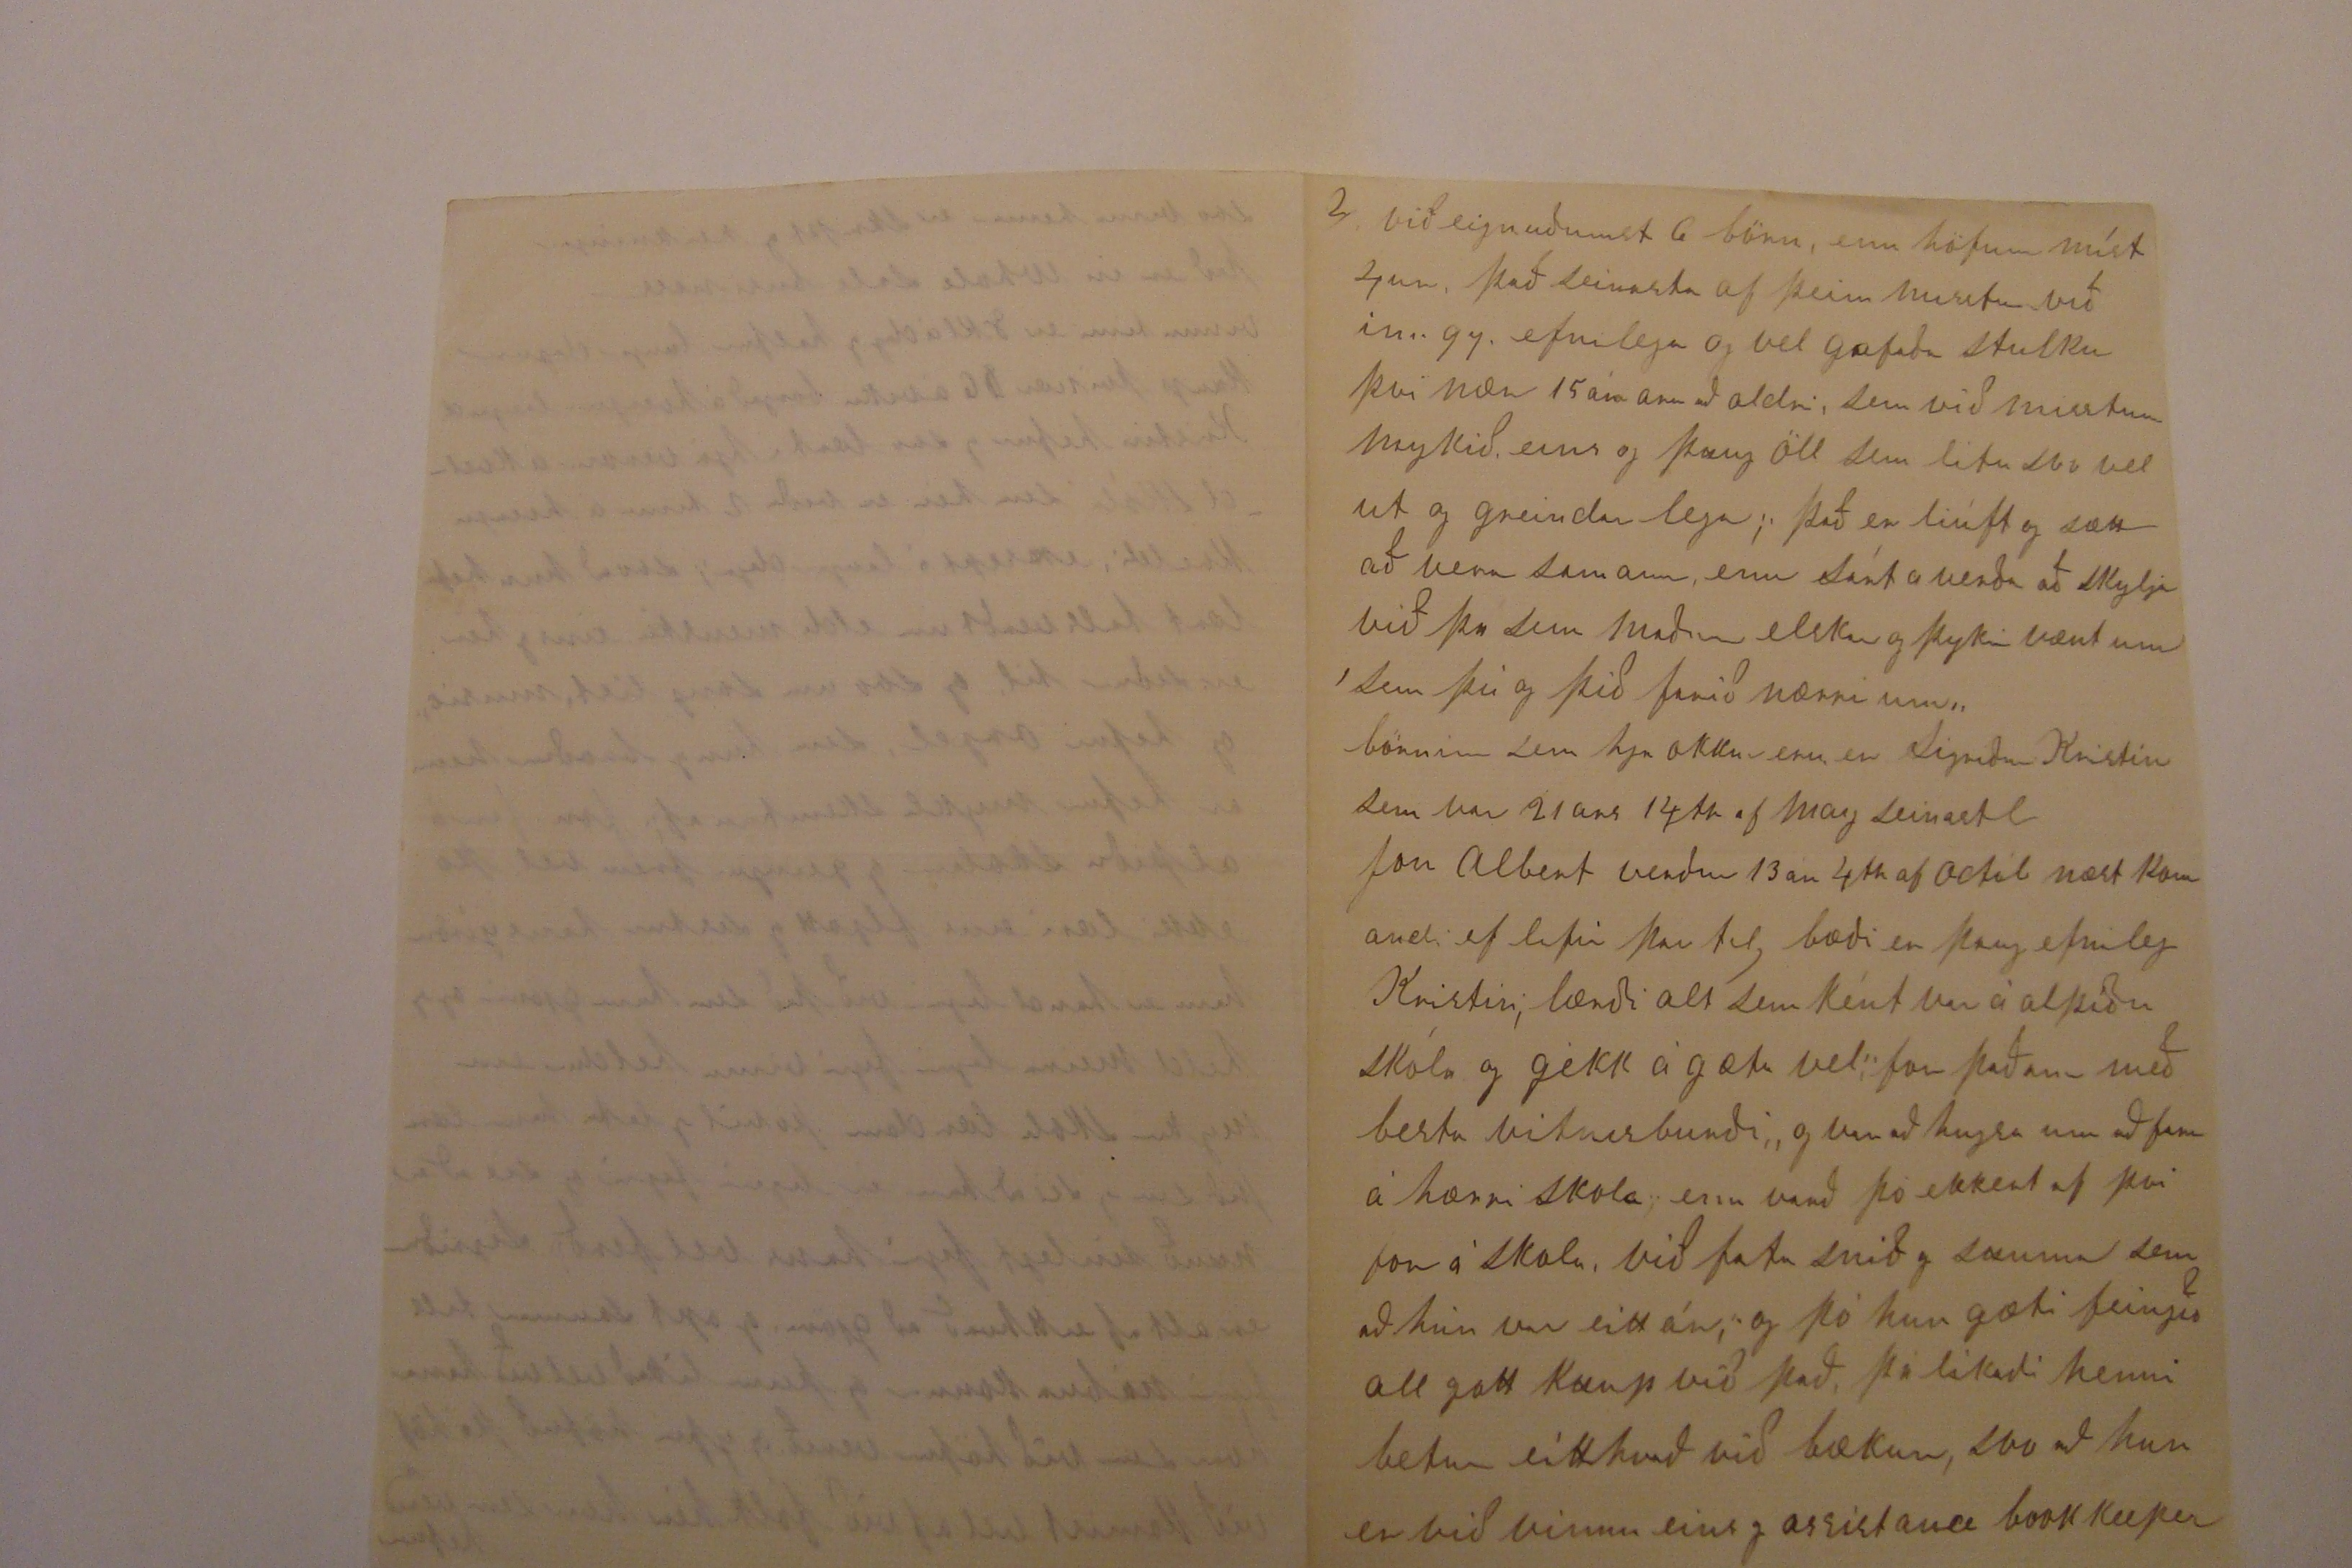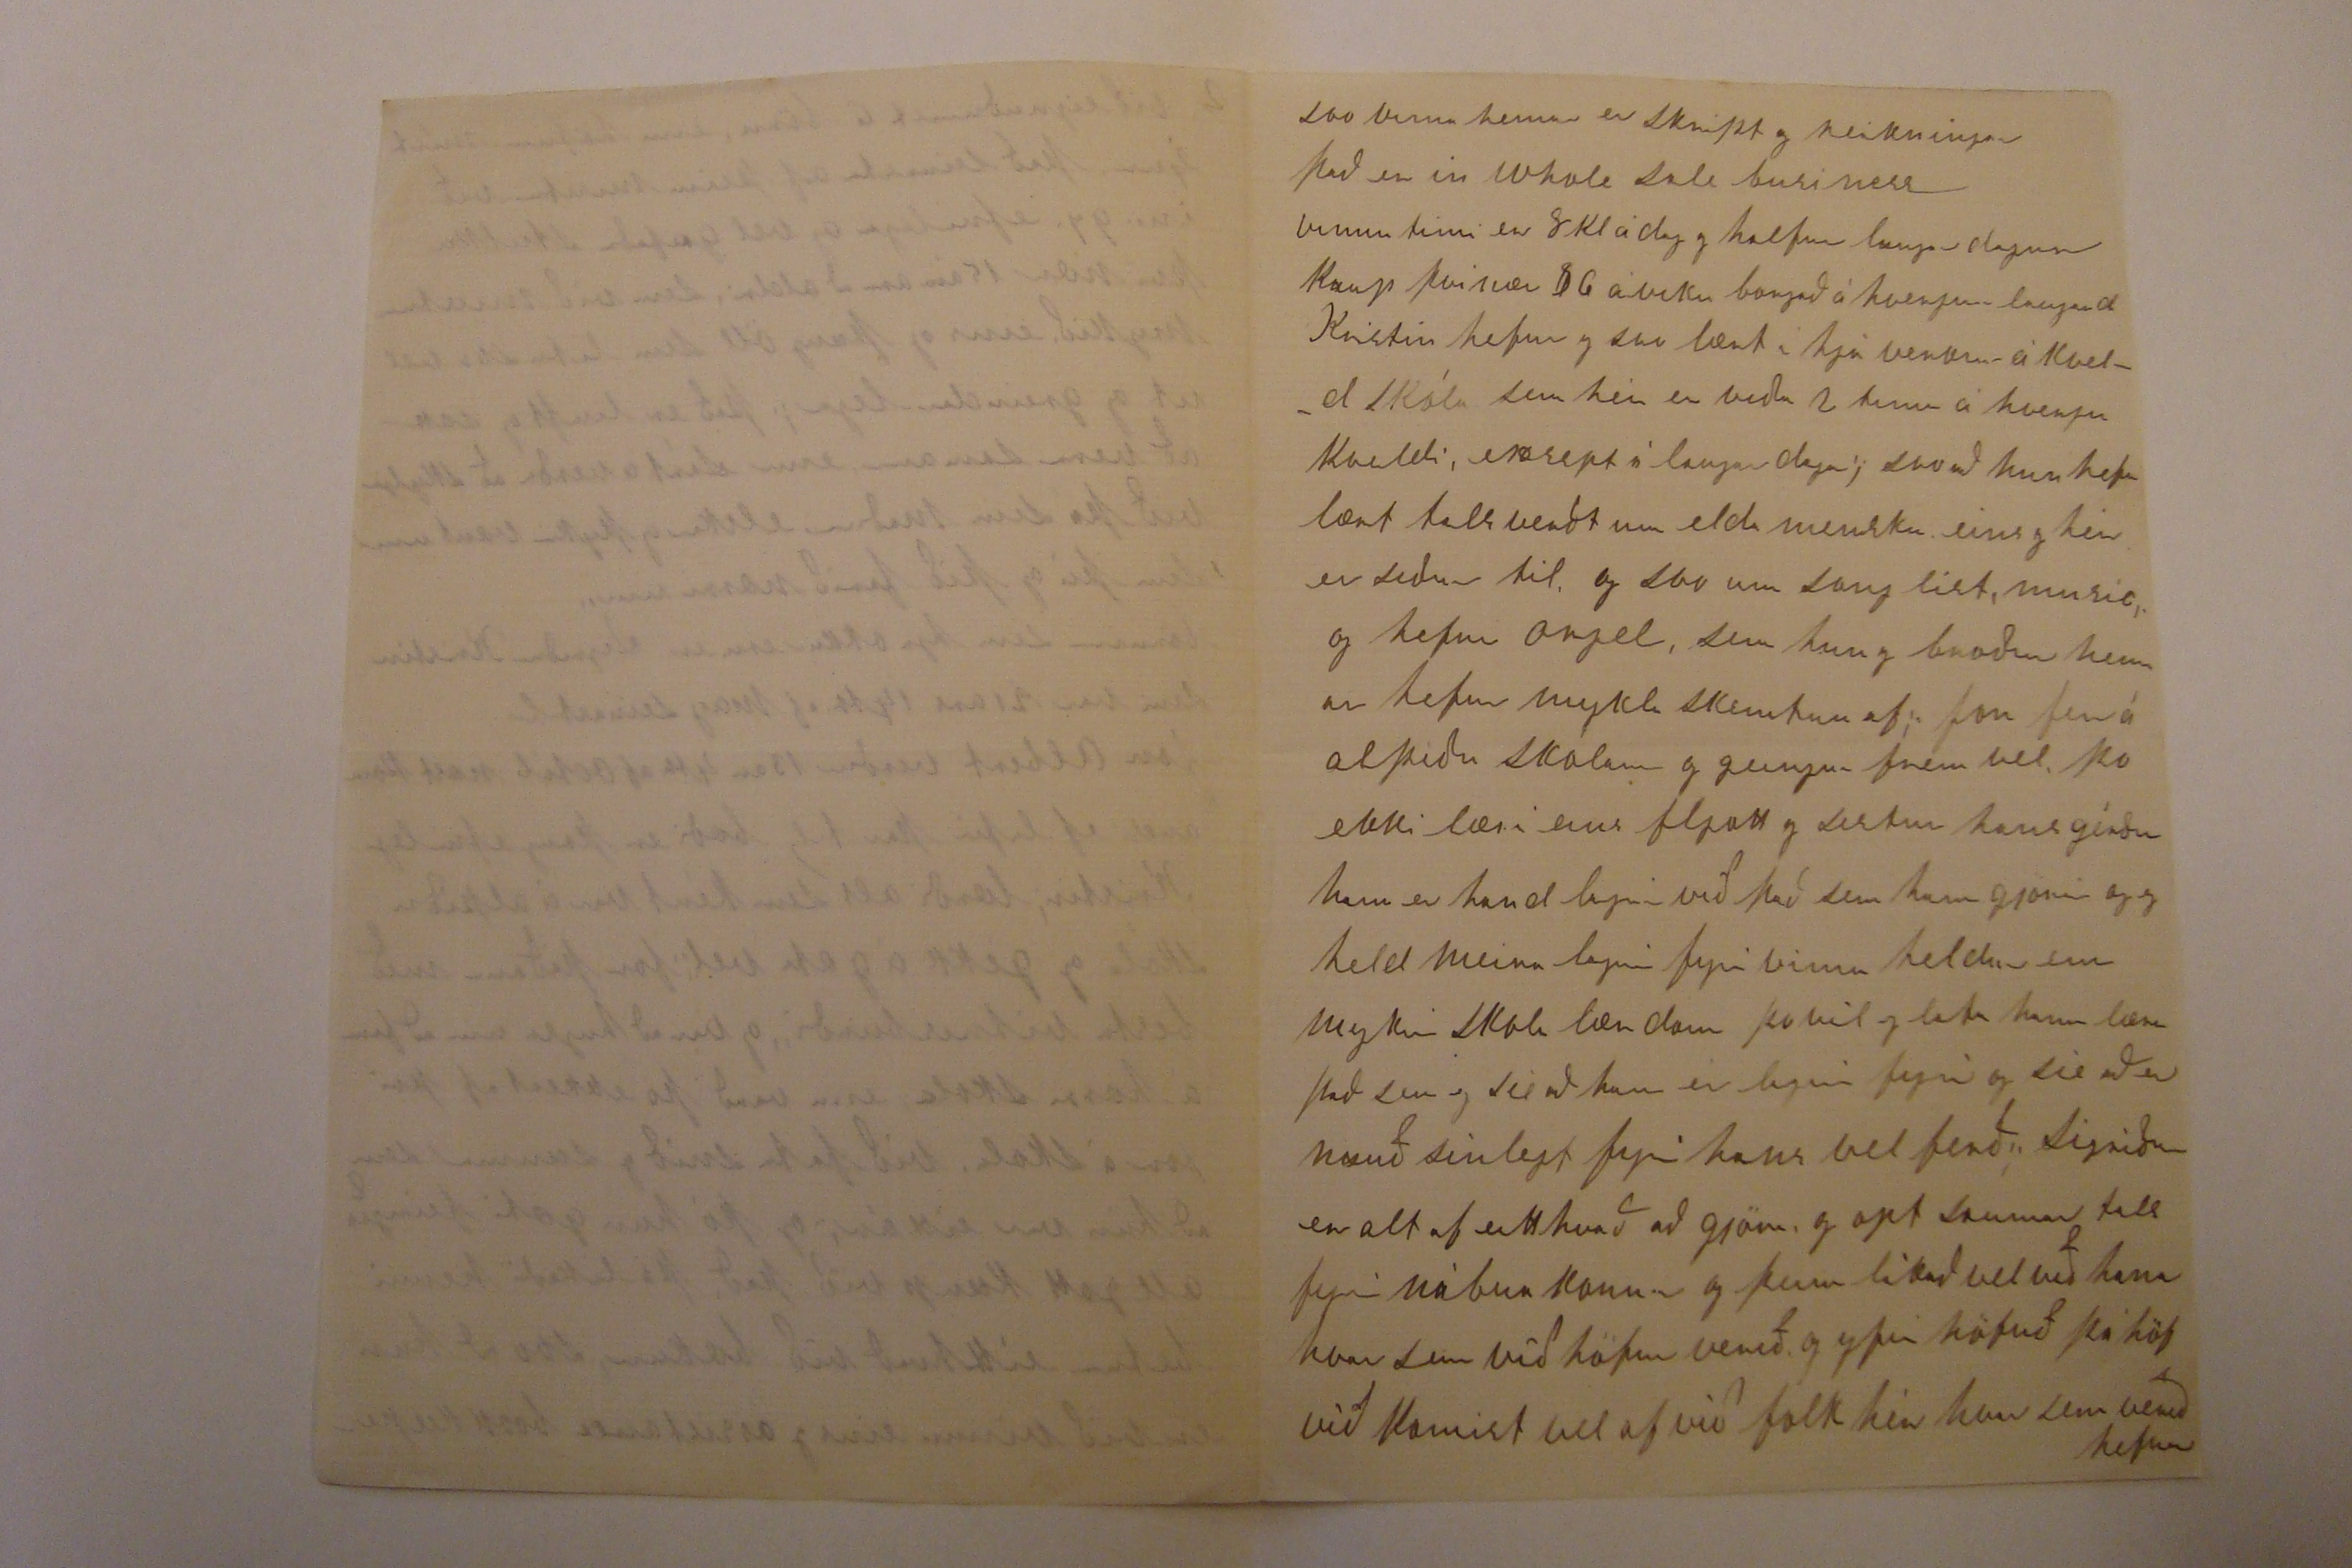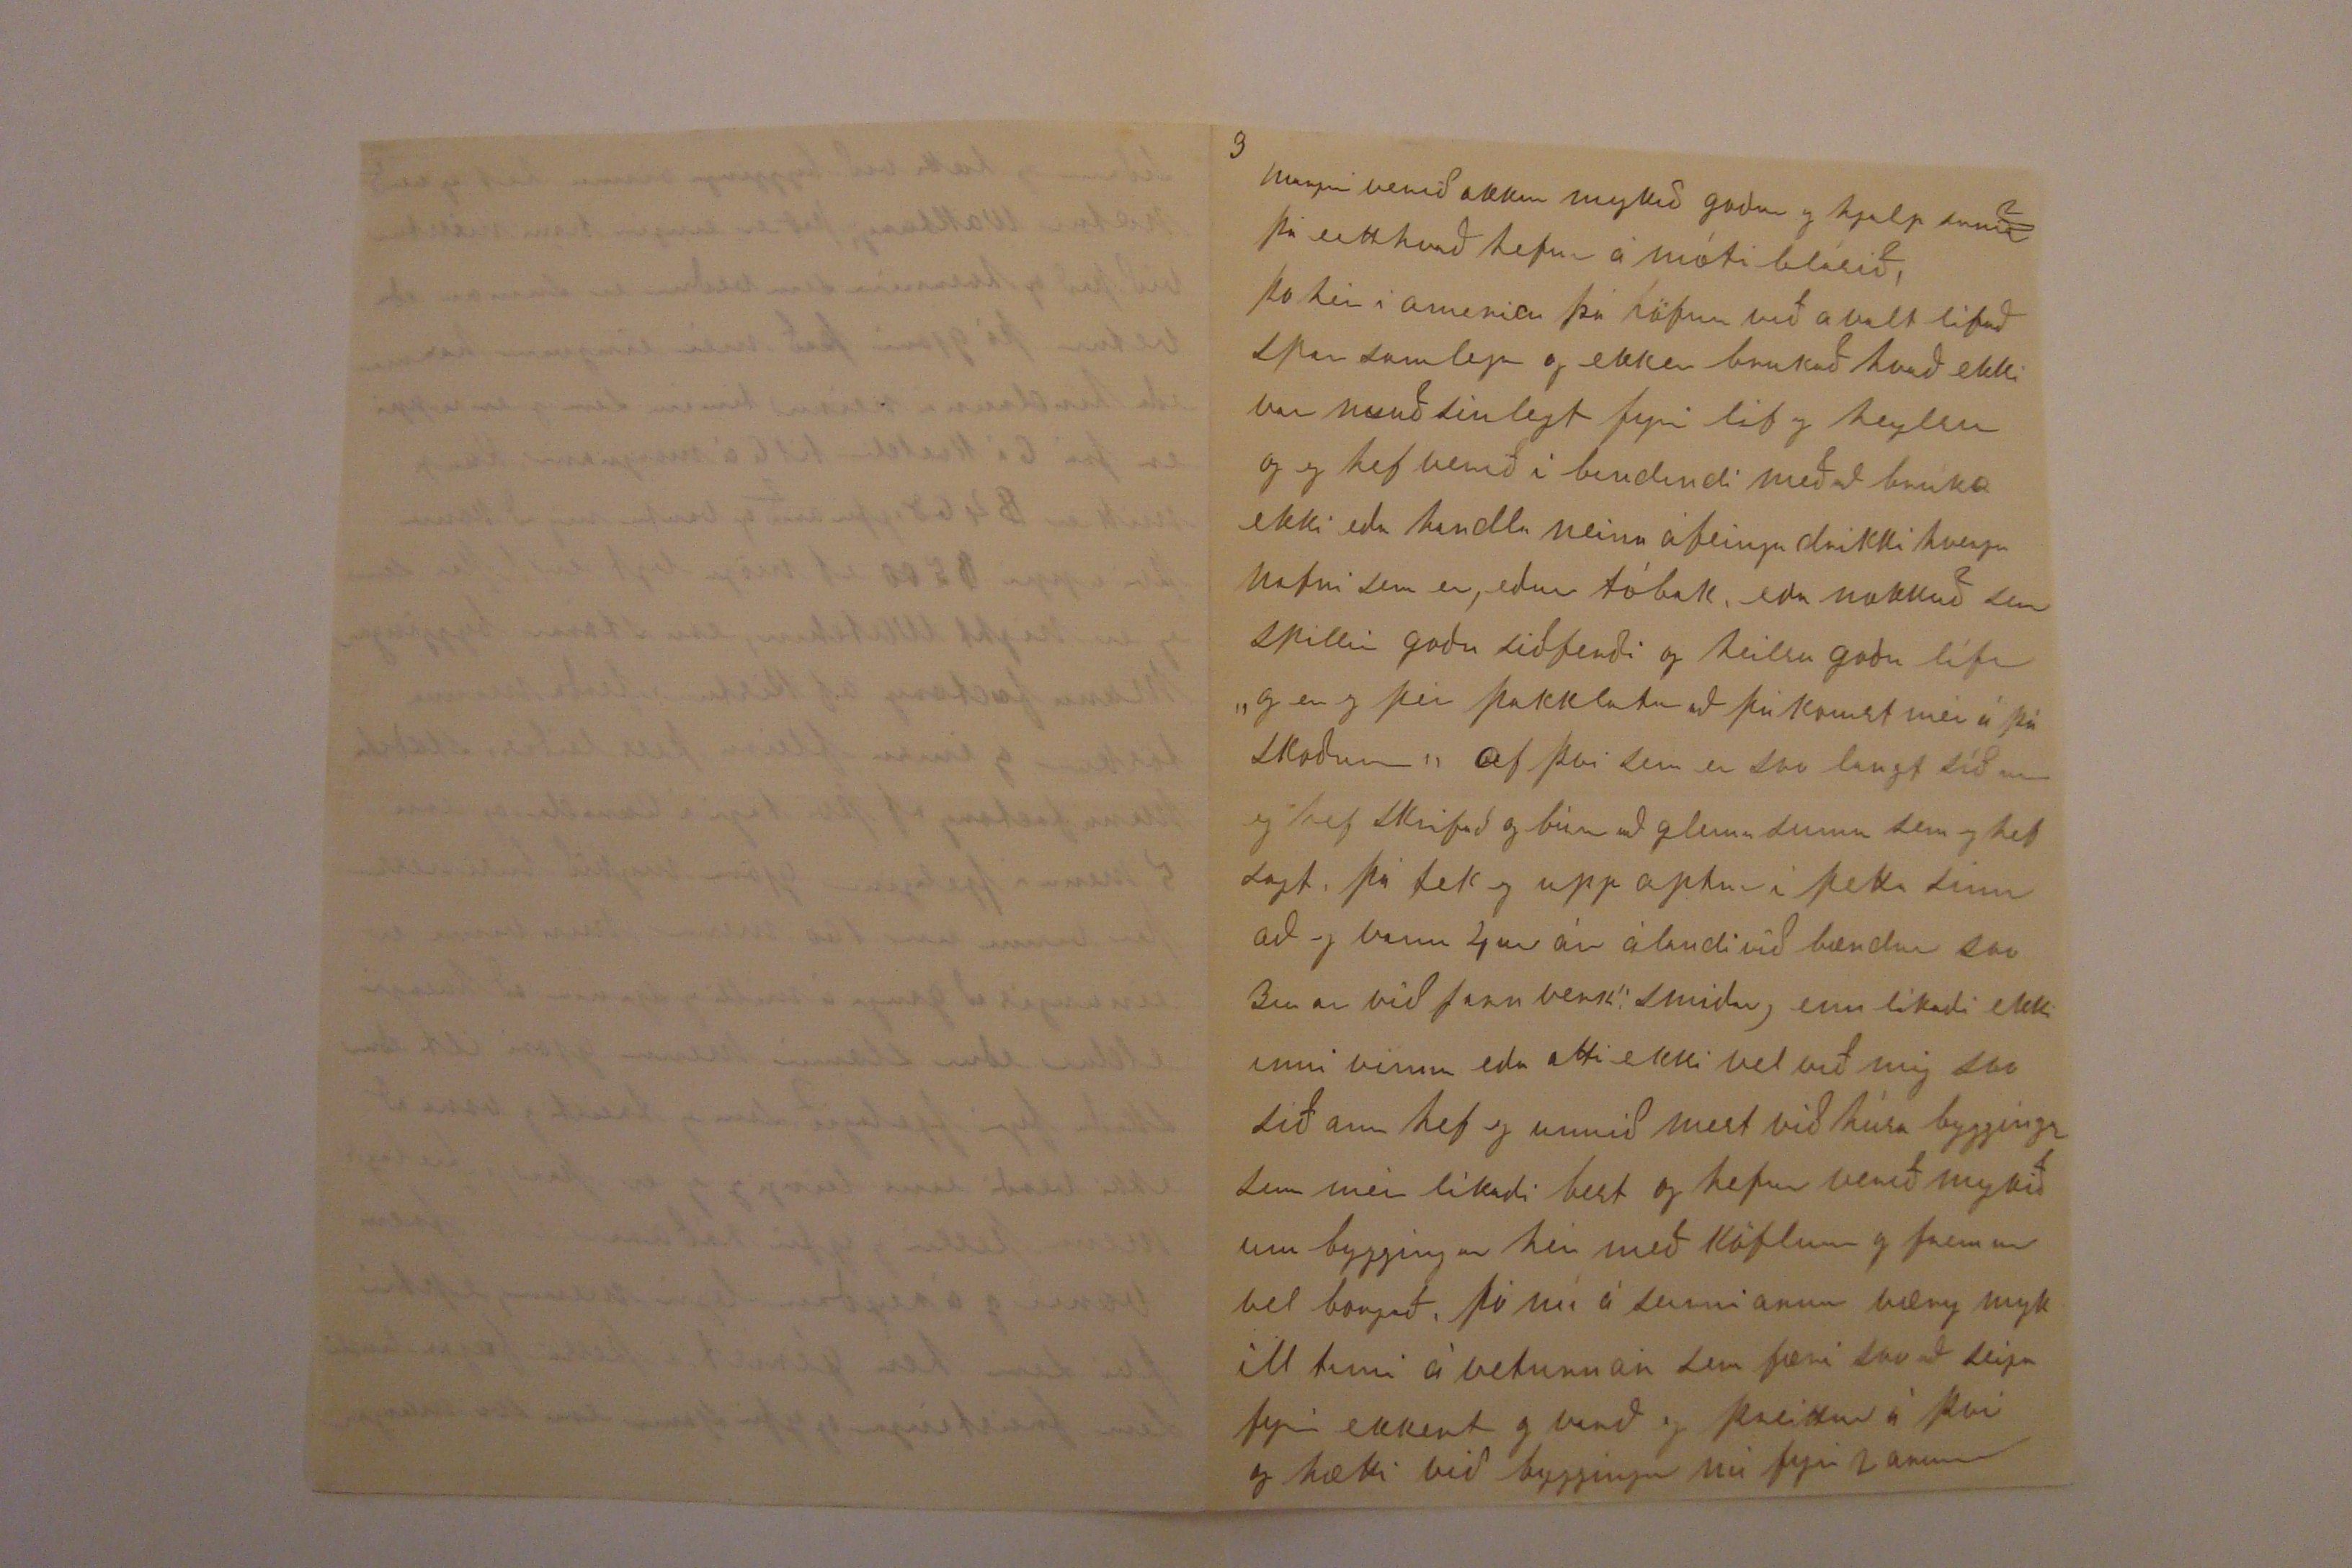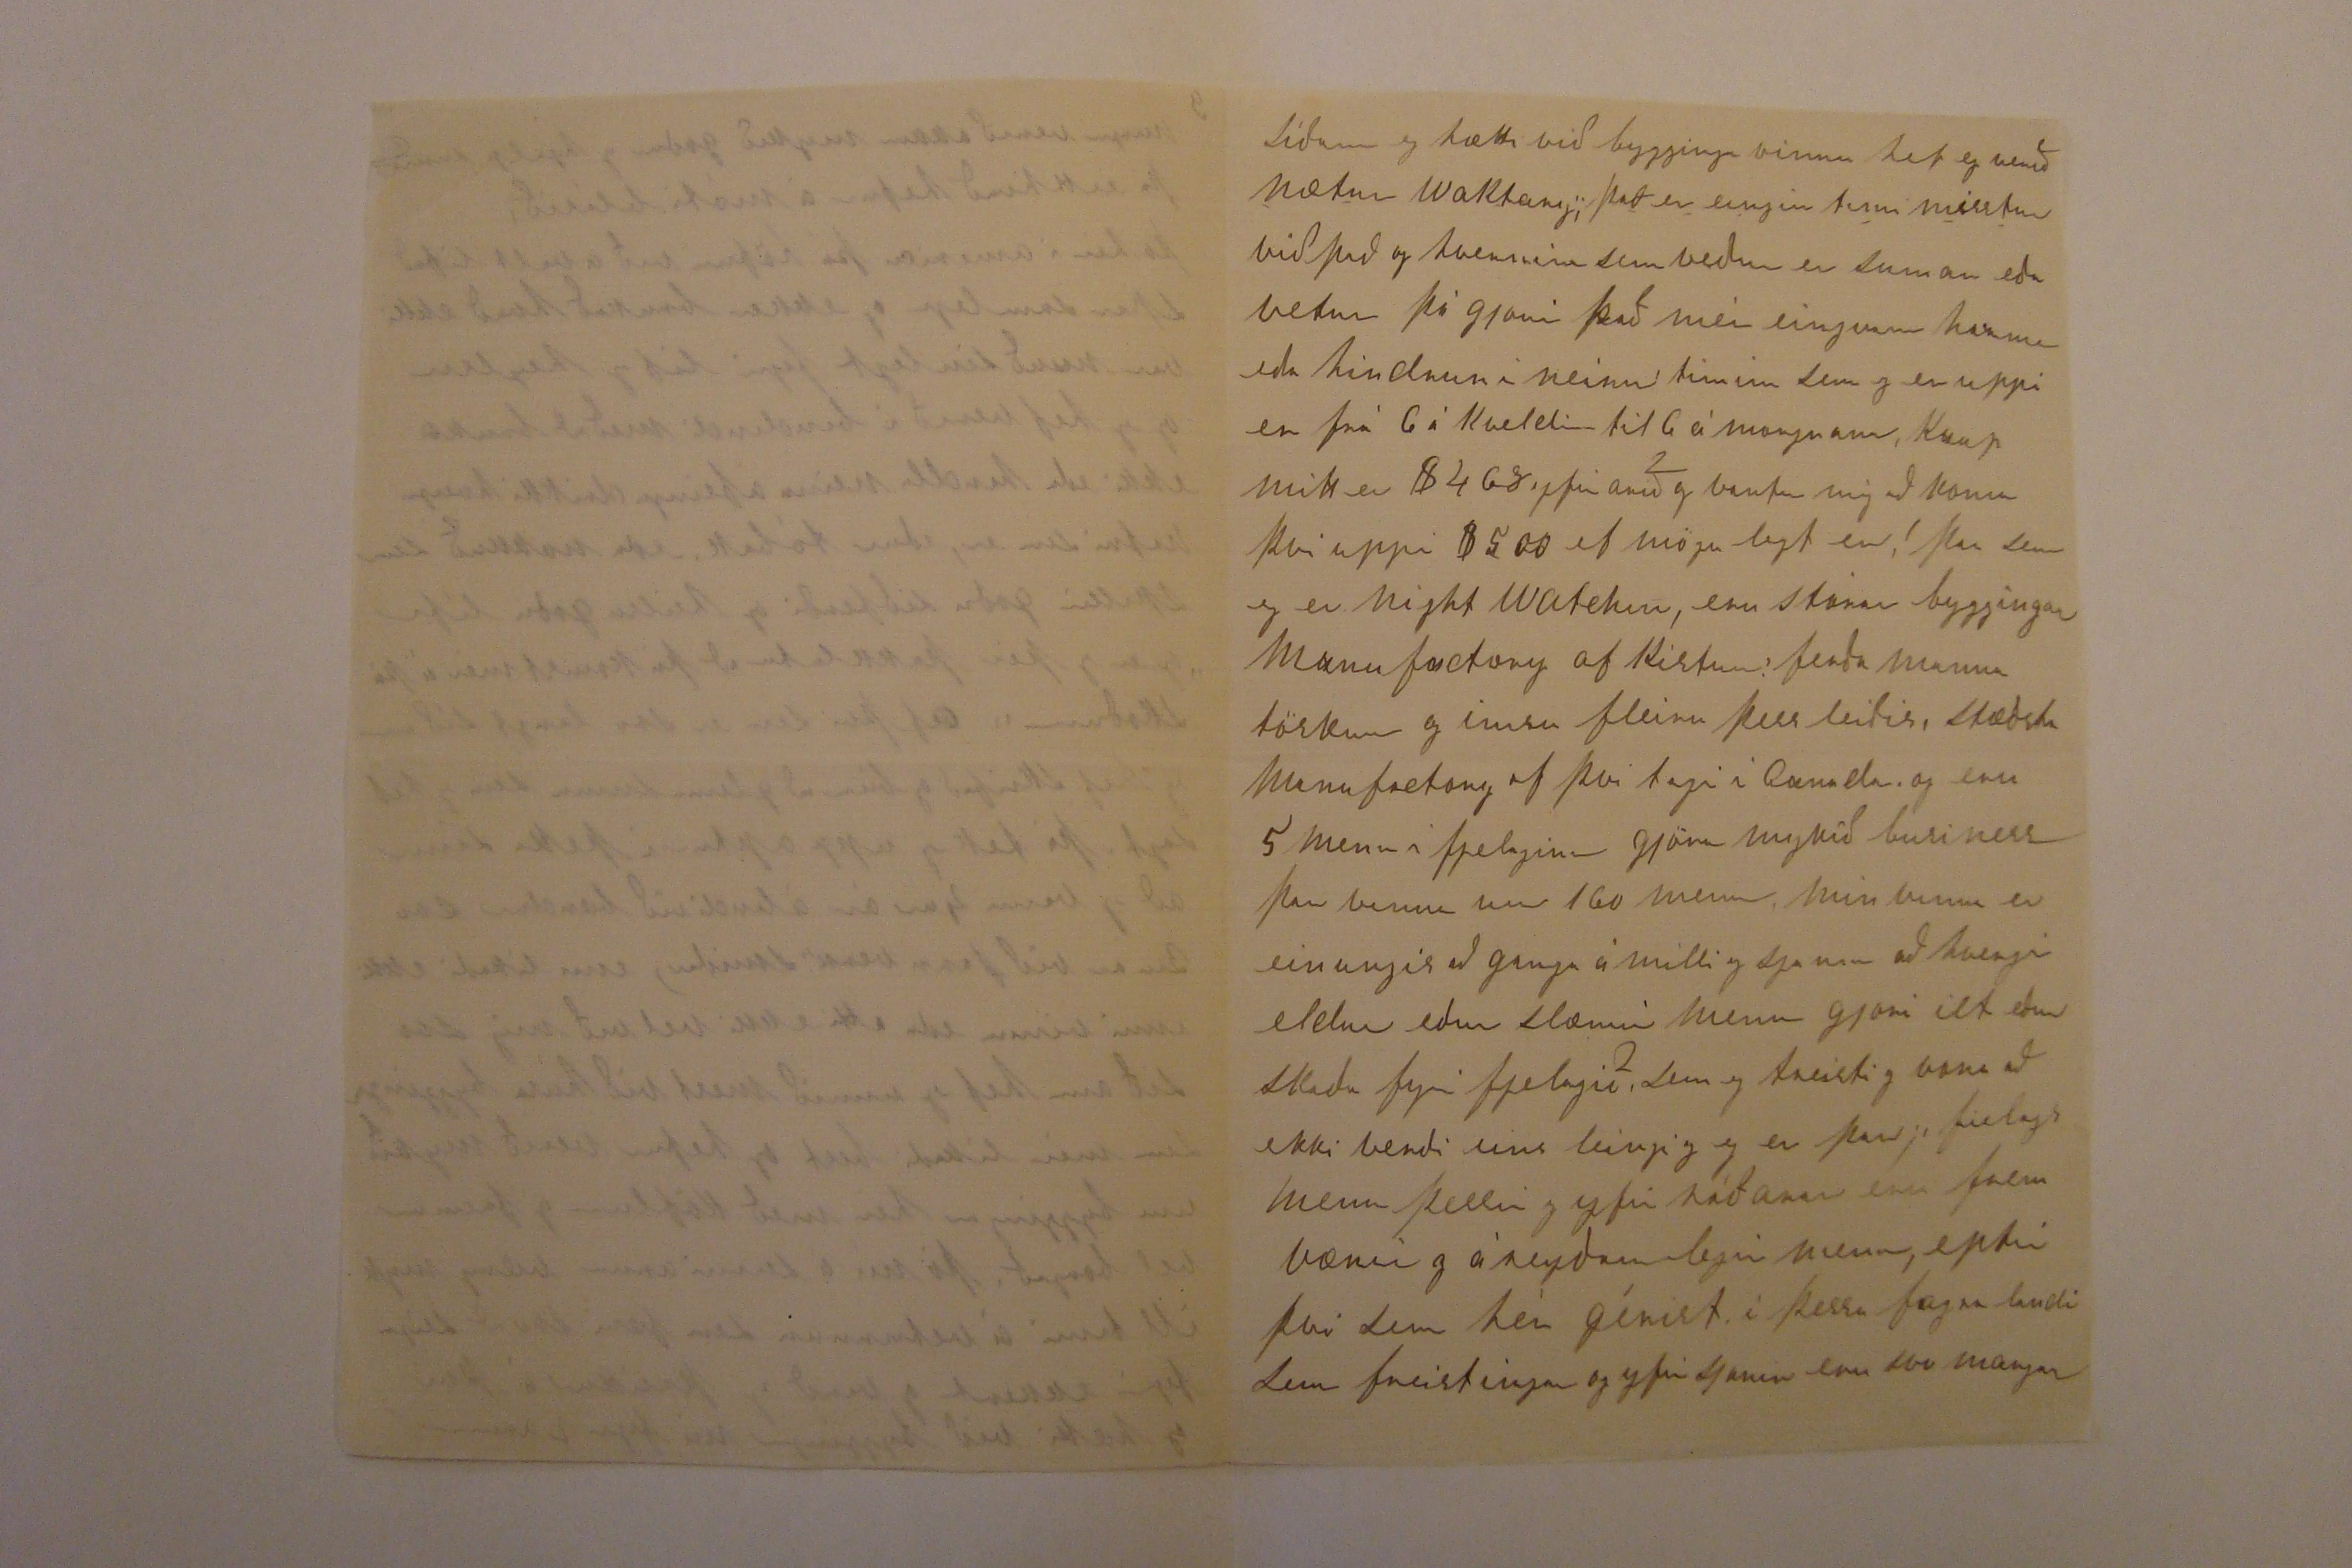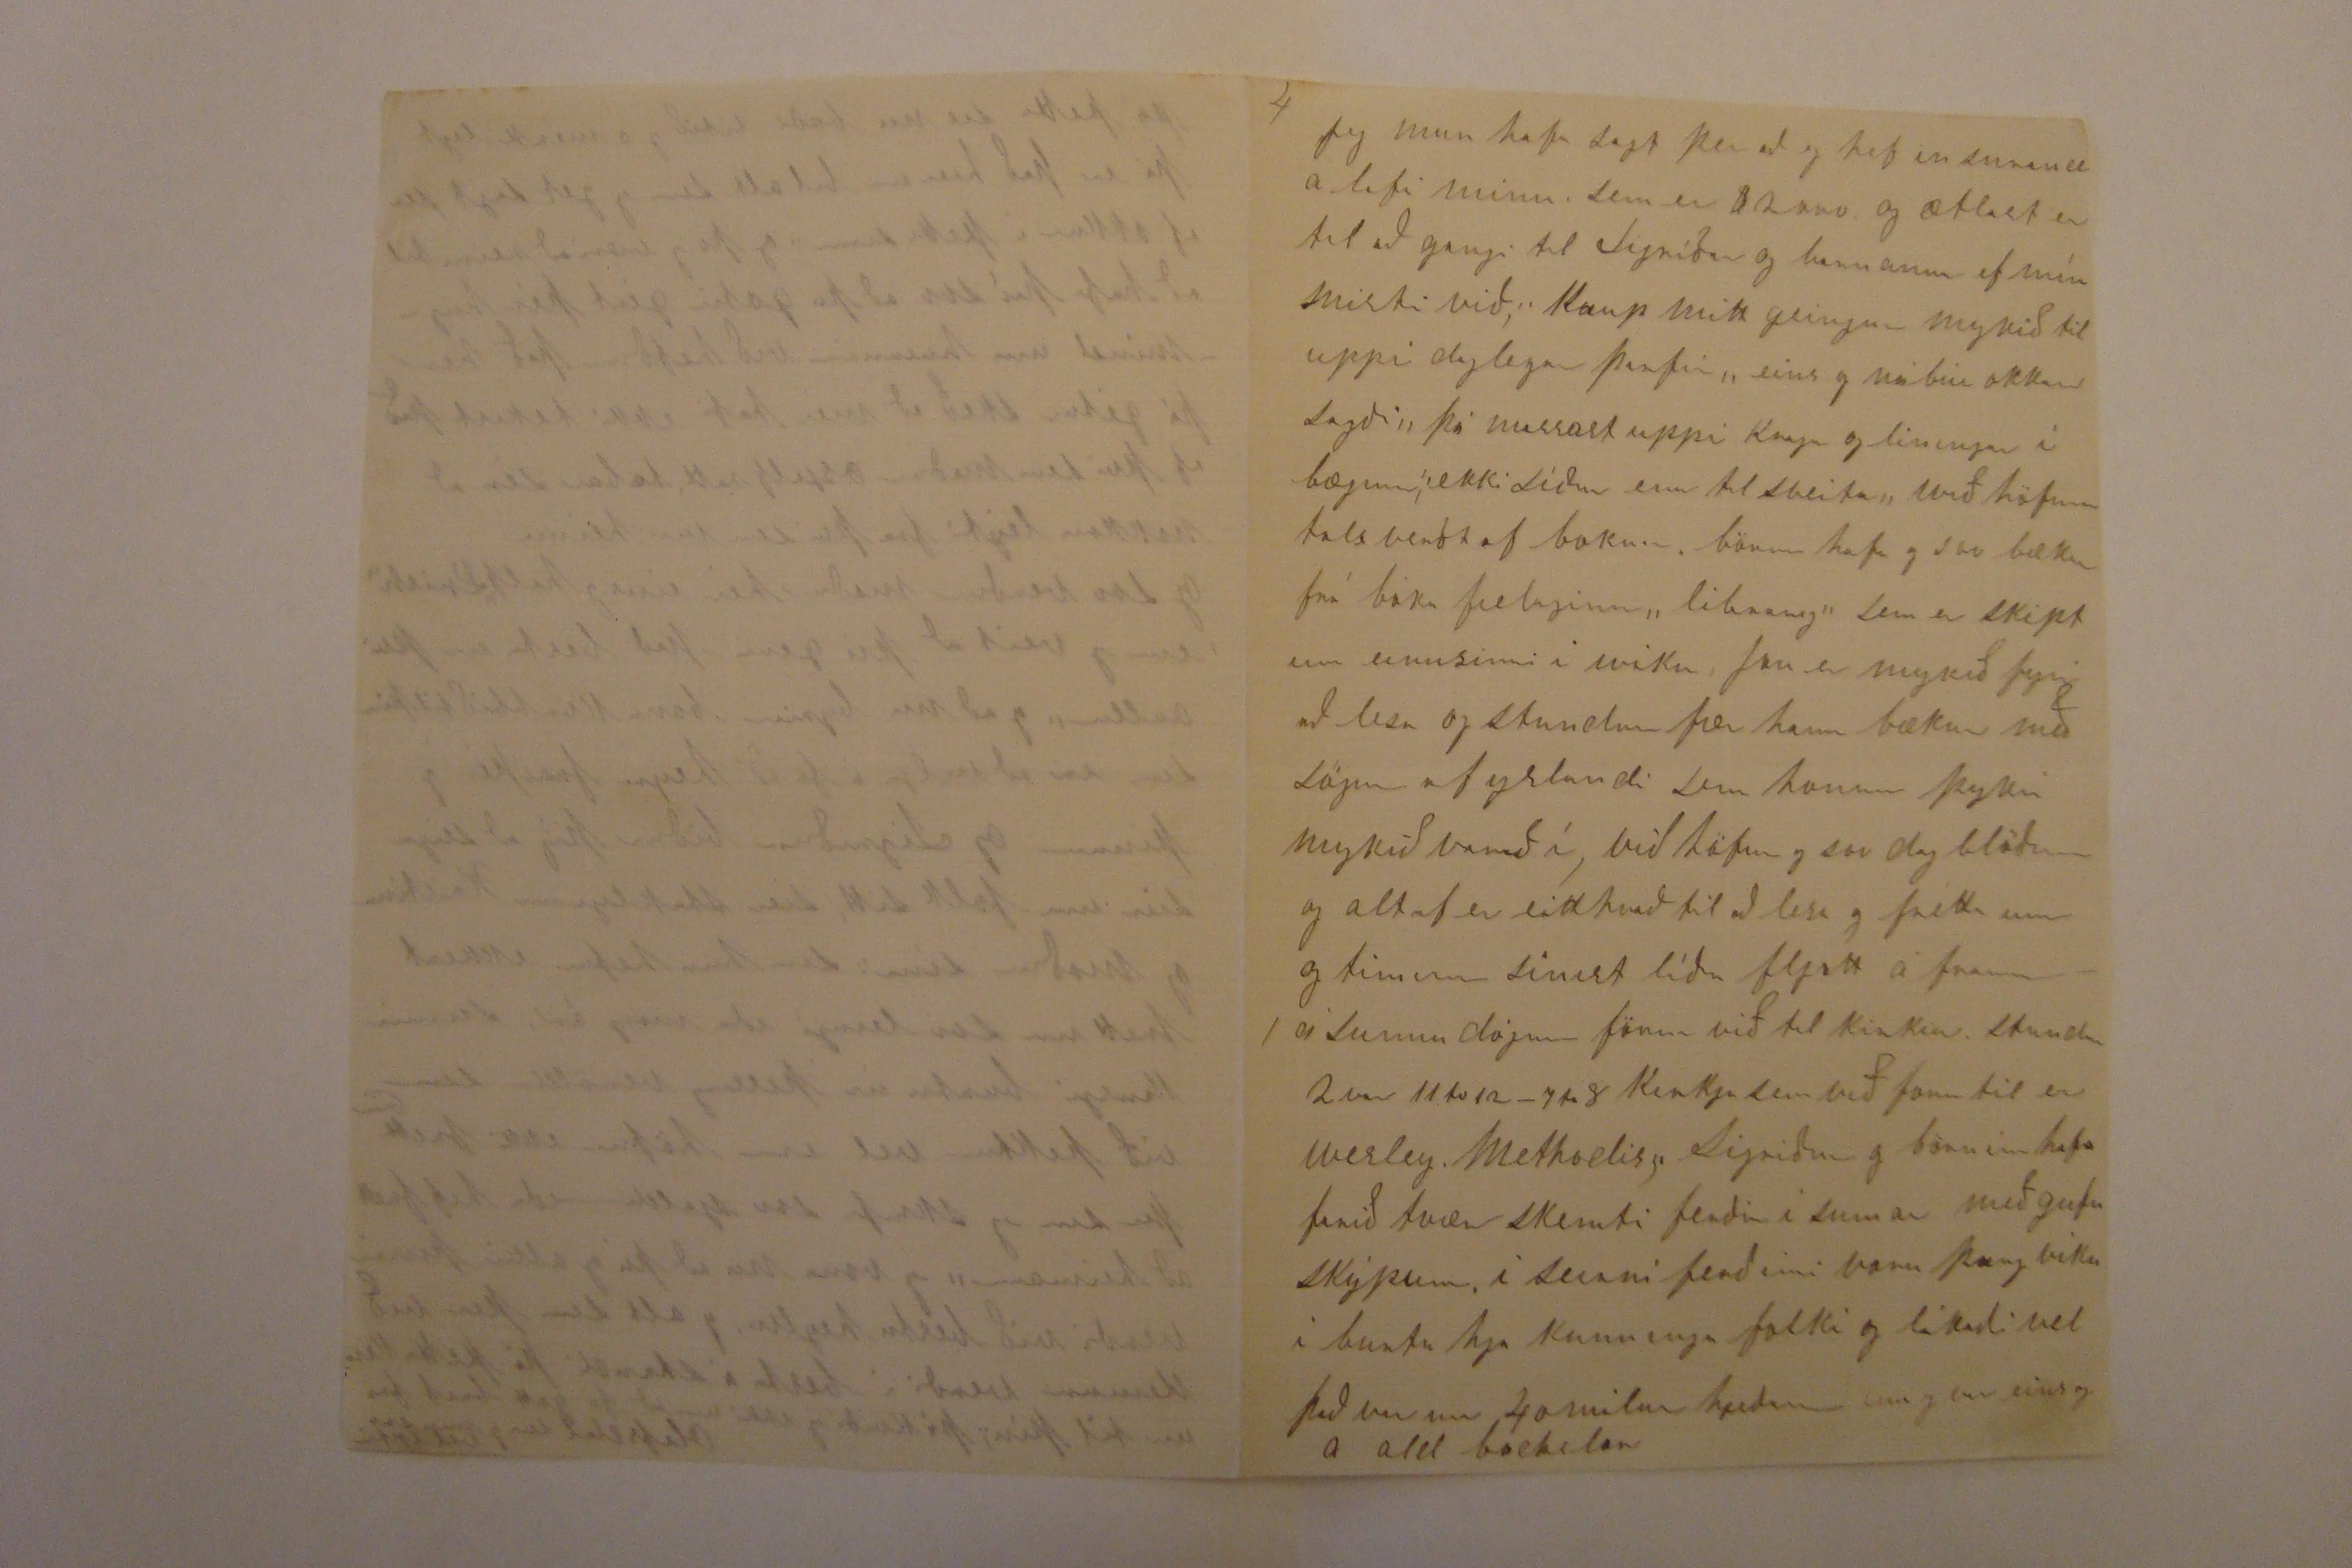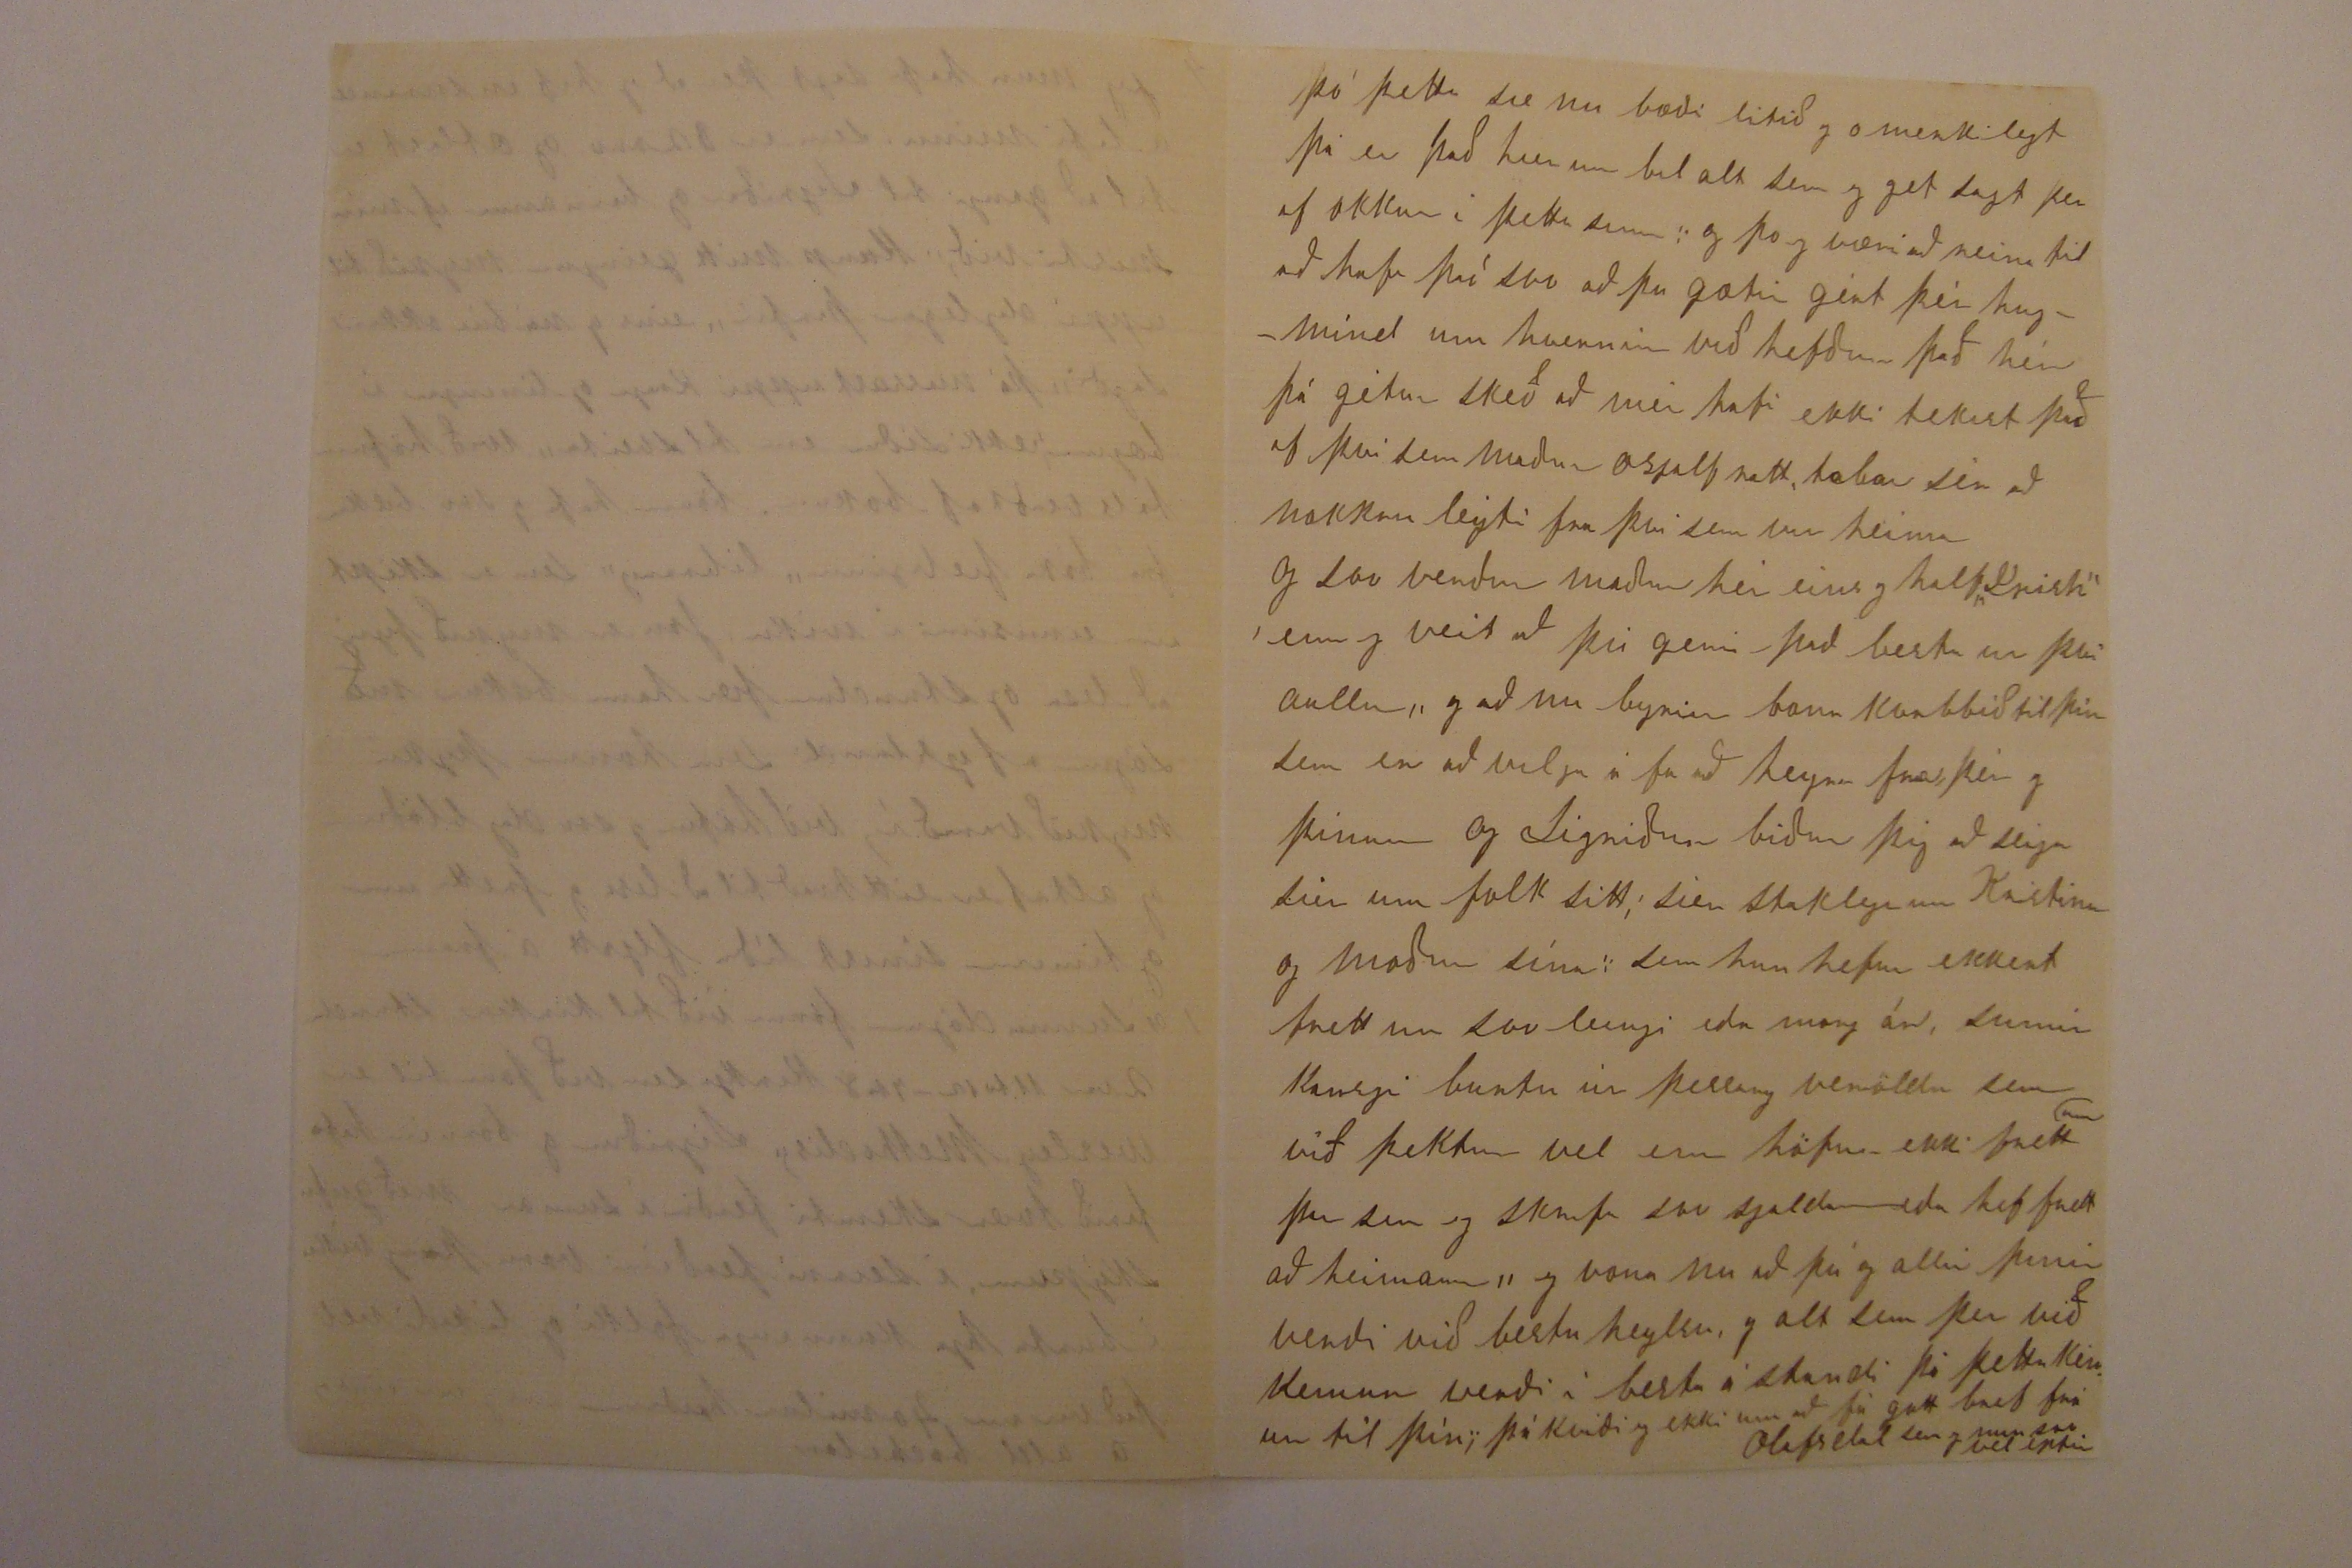

uppruna lega er flest folk hér English og Irish and Scots þott nú sie yfirborðið her inn fædt, her eru yfir 200 churches af mysmunandi truar flokkum chuch of England
hafing
flesta tölu
folkstölu
næst er methodis so er the rómans catholic það eru 15an mismunandi truarflokkar eða að ferð sem eg hirði ekki upp að telja, enn gæti sagt sumt í kveld rökkrunum heima þá vel á lægi, Jeg hef opt sieð í blöðunum að ferðamenn sem hér fara um seiga að Toronto sie eirn með þeim þriflegustu og best fyrir komulagi á bæjum í americu þá sumir hafa sagt að sie eirn með þeim bestu bæjum í heimi, þo mun hér eiga sier stað eins og sagt var að opt er svartur sauður í stórum flokki, eg heirði einu sinn svartann prest, hann sagði að það væry margt af sínu folki þó það hefði svart skinn þá hefði það hvítt hjarta enn að hér þykti slæmt að verða að seiga að það væry folk með hvítt skinn enn hefði svart hjarta, þeir koma opt fyrir í americu
weðrattu far er hér vanalega gott og jafnaðarlegt það er mjög sjaldan að við höfum „extremes" ákafa storma, eður hita og kulda og epir því sem eg hef tekið eptir síðann hingað kom þá hofum við það besta og jafnaðar bjarta veður sem er í Canada eður united states, winnipeg er um 1400 miles norð westur af Toronto og þá þeir í Winnipeg hafa kulda á veturna 24 til 30 fyrir neðan zero þá verður her frá 10 til 25 fyrir neðan zero í vetur að var varð hér kaldast 14 fyrir neðan zero og varð ekki nema eirn
dag
nott
raðin
wethrið í sumar hefur verið gott og hag stædt vorið varð fremur kalt og vætu samt og það upptil June eða til þess um miðjan manuð af June þá kom veður svo að sega alt í einu heitt því seinustu viku af June og fyrstu af July varð hér það heitasta sem hefur komið í sumar og July varð fremur heitur, frystu viku af July varð hér 93 í skugga eg heirði getið um eirn sem dó af hita, þá um sama leiti í united states varð fjoldi sem dó af hita
til dæmis í stærri new york sem er new york og Brooklyn, þá dauðra tala þar náði 600 eina viku þá heitast varð og í Chicago city varð heitt, heitasta dagin þar þá dóu 270 stór gripir í jarn brauta vögnunum á markaðinum áður en þeir urðu teknir út, þá folkið þoldi mykið vegna hitans þessir áköfu hitar og aum stórum skipti svo sem ofsa veður eru mykið tíðara in states en er í Canada, weðrið síðan með august hefur verið hér indælt og eptir því sem frettir seiga hægstædt fyrir bændur, sem
viðist
hun lítur vel ut með vel borgaða árs vinnu, yfir manitoba þá er sagt að bændur muni hafa eitt hið besta sumar, sem nú hefur verið í nokkur ar meðal tal 25 bushels af ekru þó sumir hafa frá 40 til 50 bushels, 12.000 menn hafa farið til manitoba og norðwestur Canada til þess að hjalpa bændum um harðwestur tíma þá þeir eru að hugsa um sjalfa sig eins og kaup er lofað fra $ 30 til 40 eða 50 dollars á manuði
Jeg heiri sagt að Nebraska bændur hafi goða lukku þetta sumar svo eg vona að bjartur sie þar innifalin, eins og að alt um vel við og fyrir honum þá seinast að skrifaði mér, eg fæ brjef fra honum á þriðja deigi eptir að hafa skrifað svo að þú sérð að það er ekki leingi á ferðinni
immigratjon to Canada in 1900 var 44.694 af hverju að 14000 komu fra united states enn 8,184 fra Englandi hitt kom fra 6 mysmunandi pörtum í veröldunni flest af þessu hefur farið til northwestur Canada eins og Manitoba og þar í kring er ágæta gott fyrir farming og það
ann
kemur her um bil það best grain og jarðar ávexir sem eg sie hér á síningunni sem hér er haldið á hverju hausti, og nú birjar Exhibithon, síningin 26 of august og stendur yfir í 2 vikur, yfir það heila þá eru hér fremur goðir tímar eins og allstaðar er að fretta gott frá bændum sem er vel meigun landsins og
á
þeirra sem á því lífa, seint og fast geingur
með stríðið í suður afríku, er sagt að það kostað $ 7 milljonir á viku fyrir July og er talað um að verði nærri enda eða einhverjum samningum komið á við enda af sept. eða octo þeir hafa sagt það firri að irði á enda þá og þa og þeir sem héðan foru í fyrstu héldu að það yrði but
listi
túr og yrði á enda þá þar kæmi enn það varð meira enn listi tur því fjöldi sem for kom aldrey aptur og margir sem aptur komu feingu nó af stríðinu og seiga að sie hræðilegt að vera í stríði enn þá uti það sie komið þá er ekki um anað hugsað en að hafa sigur líf eða dauði það er margt sagt um þetta sauður
sauður
africu stríð, þess til drög og að ferð síðann byrjaði sem nú er í aullum dagblöðum og ykkar líka, svo eg seigi ekkert um það og er betra fyrir mig að fara a hætta þessu klori sem er eins og
oddur og endir
sem eg bið þig að fyrir gefa sem margt fleyra Ef að eg væry milljonary þá kæmi eg víst heim
snöggu
snöggva
ferð og þeir fyrstu sem mig vanaði að sjá væry þú og þið í Olafsdal
eg hef heyrt gétið um 300 yslendinga sem komið hafa að heimann og foru til Winnipeg eður þar í kring það munu færri koma þetta ár þar sem eg hef heirdt að hafi verið so góður næst liðinn vetur þó eg geti í mindað mér eptir því sem veður hagaði sér hér að það hafi verið fremur kalt vor á yslandi eg vona þó að þið meigið hafa mykið af goðum heijum asamt góð skepnu höld og árferði yfir það heila, eg hefði frettir frá mínu folki í apríl seinastl þá fretti eg um lát elsta broður míns sem dó í January þessa ars, er sagt að hafi verið vel efnaður og góð hjalp og aðstoð sveitar sinnar, eptir hann lifir kona og 3ju börn uppkominn eg á þrjá bræður og þrjár sistur, sem öllum leið vel og búa við goð efni, 5 af þeim í austur Skaptafelssyslu og eitt við vopnafjörð, þo eg birja að tala við þig breflega sínist eins og
hardt
að verða a hætta því enn þo verð eg að gjora það svo að þetta geti farið á stað og byrjað ferð sína til þín, og eg oska að þið öll mættu verða við bestu heilsu
Sigríður seigir þo ekki hafi skrifað Guðlaugu þó muni hun vel með góðum huga og heitu hjarta til hennar og barnanna og okkar bestu oskir eru fyrir og til barnanna og nú Sigríður biður að skyla kærri kveðju til þín og ástar kveðiu til Guðlaugar, eg í sama mata bið að skyla bestu oskum og kveðu til Guðlaugar, og kveð þig með andans bestu oskum og kærleika að þér á samt aullum þínum astfólgnum meigi ávalt líða sem best, og að guðs friður og kærleiki hvíli yfir ykkur ollum nú og æfinlega, af hjarta þinn einl
B. Halfdanson
1 1/2 Sully Street Toronto Ont Canada
21 of August 1901
Elsku góði Torfi og Guðlaug!
Þó nú sieu liðinn 23 ár síðann að við skyldum, þá eru nöfn og minning ykkar, eins og „sweet perfume" í huga og hjörtum okkar, og verður eins leingi og lifið endist! Jeg hef nú fyrir stuttu feingið bréf frá „bjarti" hvar í hann seigir mér sumt af því sem þú hefur skrifað honum, og fór þrill af gleði í gégnum okkur Sigríði að heyra frá ykkur, sier staklega a heira að þú og Guðlaug voru við góða heilsu og að alt var vel og á fram fara vegi fyrir ykkur og börnunum
að guðs náð og blessun hefur hvílt yfir ykkur öllum, er okkur sönn gleði og á næja eins og við lifum í von um að fa a sjá ykkur hjá guði á samt aullum sem við höfum lærdt að elska og þykja vænt um, á ferð okkar hér
bjartur sagði mér rétt nó til þess að kveiga upp í mér sultinn með að fá meira því seint fillist eyrað af að heyra, sier staklega þaðann sem maður þekkir svo vel til, þó að eg sár skammist mín að vera svo diarf mæltur
og
eins og eg skrifa þetta með skjalfandi hendi af fyrirlitningu þar sem svo er langt síðann eg hef skrifað þér og þar með latið þig vita um okkur sem eg bið þig að fyrir géfa mér alt og alt og án þess að seiga meira, enn koma rétt að því sem þig og ykkur vantar að vita um þá líður okkur Sigríði fremur vel höfum altaf verið við goða heilsu og erum nú þá eg skrifa þetta, það er auðvitað hún gamla
luely
elli er eptir okkur og að sumu leiti farin að setja mark sitt á okkur til dæmis við erum dálítið farinn að hærast, bæði verðum við að brúka
gla
glier augu við að lesa og það sem reinir á að sjá vel, svo er
skaukurinn
orðin stirðari, enn var fyrir 25 árum að auðru leyti erum við mykið vel, fyrir gamalt folk
við eignuðumst 6 börn, enn höfum mist 4ur, það seinasta af þeim misstum við in 97 efnilega og vel gafaða stulku því nær 15 ára ara að aldri, sem við misstum mykið, eins og þaug öll sem litu svo vel ut og greindarlega, það er liúft og sætt að vera samann, enn sárt a verða að skylja við þá sem maður elskar og þykir vænt um sem þú og þið farið nærri um,
börnin sem hja okkur eru er Sigríður Kristín sem var 21 ars 14ta of May seinastl Jon Albert verður 13 ara 4th of Octób næst komandi ef lifir þar til, bæðir er þaug efnileg Kristín lærði alt sem ként var á alþíðu skóla og gékk á gæta vel, for þaðann með besta vitnisburði, og var að hugsa um að fara á hærri skola, enn varð þó ekkert af því for á skóla, við fata snið og sauma sem að hún var eitt ár, og þó hun gæti feingið all gott kaup við það, þá líkaði henni betur eitthvað við bækur, svo að hun er við vinnu eins og assistance book keeper
svo vinna hennar er skript og reikningur það er in whole sale business vinnutími er 8 kl á dag og halfur langur dagur kaup því nær $ 6 á viku borgað á hverjum laugard Kristín hefur og svo lært í hjá verkum á kveld skóla sem hér er viða 2 tímar á hverju kveldi, exsept á laugardaga, svo að hun hefur lært talsverdt um elda mensku eins og hér er suður til, og svo um
song
list, music, og hefur orgel, sem hun og broðir hennar hefur mykla skemtun af, Jon fer á alþíðu skólann og geingur frem vel, þo ekki læri eins fljott og sistur hans gérðu hann er handlaginn við það sem hann gjörir og eg held meira laginn fyrir vinnu heldur en mykin skóla lærdom þo vil eg lata hann læra það sem eg sie að han er lagin fyrir og sie að er nauð sinlegt fyrir hans vel ferð, Sigríður er alt af eitthvað að gjöra og opt saumar
toll
fyrir nábua konur og þeim líkað vel við hana hvar sem við höfum verið, og yfir höfuð þá höf við komist vel af við folk hér hvar sem við hefur
margir verið okkur mykið goðir og hjalp samir þá eitthvað hefur á móti blásið, þo hér í americu þá höfum við avalt lifað sparsamlega og ekker brukað hvað ekki var nauðsinlegt fyrir líf og heylsu og eg hef verið í bindindi með að brúka ekki eða handla neina áfeinga drikki hverju nafni sem er, eður tóbak, eða nokkuð sem spillir goðu siðferði og heilsu goðu lífi „og er eg þér þakklatur að þú komst mér á þá skoðun" af því sem er svo langt síðan eg hef skrifað og buín að gleima sumu sem eg hef sagt, þá tek eg upp aptur í þetta sinn að eg vann 4ur ár á landi við bændur svo 3u ar við jarnverk smiður, enn líkaði ekki inni vinna eða atti ekki vel við mig svo síðan hef eg unnið mest við húsa byggingu sem mér líkaði best og hefur verið mykið um byggingar hér með köflum og fremur vel borgað, þó nú á seinni arum væry mykill timi á veturnar sem færi svo að seiga fyrir ekkert og varð eg þreittur á því og hætti við byggingu nú fyrir 2 arum
síðann eg hætti við bygginga vinnu hef eg verið nætur waktary, það er eingin tími misstur við það og hvernin sem veður er sumar eða vetur þá gjori r það mér eingvan
harm
eða hrindrun í neinu tímin sem eg er uppi er þá 6 á kveldin til 6 á morgnana, kaup mitt er $ 468 yfir arið og vantar mig að koma því uppí $ 500 ef mögulegt er, þar sem eg er night watcher, eru stórar byggingar manufactory af Kistum, ferðamannatöskum og ímsu fleiru þess leiðis, stæðsta manufactory af því tagi í Canda, og eru 5 menn í fjelaginu gjöra mykið business þar vinna um 160 menn, mín vinna er einungis að ganga á milli og sja um að hvergi eldur eða slæmir menn gjori ilt eður skaða fyrir fjelagið, sem eg treisti og vona að ekki verði eins leingi og eg er þar, fielags menn þessir og yfir ráðarar eru frem vænir og áreyðanlegir menn, eptir því sem hér gérist, í þessu fagra landi sem freistingar og yfirsjonir eru svo margar
jeg mun hafa sagt þer að eg hef insurance a lifi mínu sem er $ 2000 og ætlast er til að gangi til Sigríðar og barnanna ef mín misti við, Kaup mitt geingur mykið til uppí daglegar þarfir, eins og nábúi okkar sagði, þá massast uppí kaup og liningar í bæjum, ekki síður en til sveita, við höfum talsverdt af bokum börnin hafa og svo bækur frá bóka fjelaginu „library" sem er skipt um einusinni í viku, Jon er mykið fyrir að lesa og stundum fær hann bækur með sögur af yslandi sem honum þykir mykir varið í, við höfum og svo dagblöðin og altaf er eitthvað til að lesa og frétta um og tíminn sínist líða fljótt á framm á sunnudögum förum við til kirkiu stundum 2var 11 to 12 - 7 to 8 Kirkja sem við forum til er Wesley Methodis, Sigríður og börnin hafa farið tvær skemti ferði í sumar með gufu skypum í seirni ferðinni voru þau viku í burtu hja kunninga folki og líkaði vel það var um 40 mílur hjeðan enn eg var eins og a old bachelor
þó þetta sie nu bæði lítið og omerkilegt þá er það hier um bil alt sem eg get sagt þer af okkur í þetta sinn, og þo eg væri að reina til að hafa það svo að þu gætir gért þér hugmind um hvernin við hefðum það hér þá gétur skeð að mér hafi ekki tekist það af því sem maður osjalfratt tabar sér að nokkru leyti fra því sem var heima og svo verður maður hér eins og half
„Yrish"
enn eg veit að þú gerir það besta ur því aullu, og að nu byriar bona kvabbið til þín sem er að vilja a fa að heyra fra þér og þínum og Sigríður biður þig að seiga sier um folk sitt, sier staklega um Kristínu og moður sína, sem hun hefur ekkert frett um svo leingi eða morg ár, sumir kansgi burtu úr þessary veröldu sem við þektum vel enn höfum ekki frett
um
þar sem eg skrifa svo sjaldann eða hef frett að heiman, eg vona nu að þú og allir þínir verði við bestu heylsu og alt sem þer við kemur verði í besta á standi þá þetta kémur til þín, þá kvíði eg ekki um að fá gott bref frá Olafsdal sem eg mun so vel eptir
Toronto er meira commercjal enn a manufacturing city og þo þær séu hér nokkrar eins og auðrum stærri bænum hier er því nær Centre fyrir aullum járnbrautum í Canada og svo fyrir aullum gufuskipum sem eru a vötnunum og fara vatna á milli, eins og her er gott skýli fyrir skipin þá veður er slæmt Toronto stendur meðfram vatninu Ontarjó að norðanverðu, bæjar stæðið er því nær slétt
rising
halli svo sem 2 mílur upp frá vatninu og svo hólar eður hæðir, Skóur og trie alt í kring og í geignum bæjinn nægilegt fyrir skýli og til þess að géfa út sjón og
heilsu betry
, hér er mykið af skólum, svo sem public scools, high scools, colleges, university scool of technology, og mart fleyra sem eg get valla orðum að komið, það er óhætt að seiga að Toronto is the educatjunal Centre of Canda Capital og commercjal centre inn búar Toronto eru um 225,000 eptir seinustu tölu